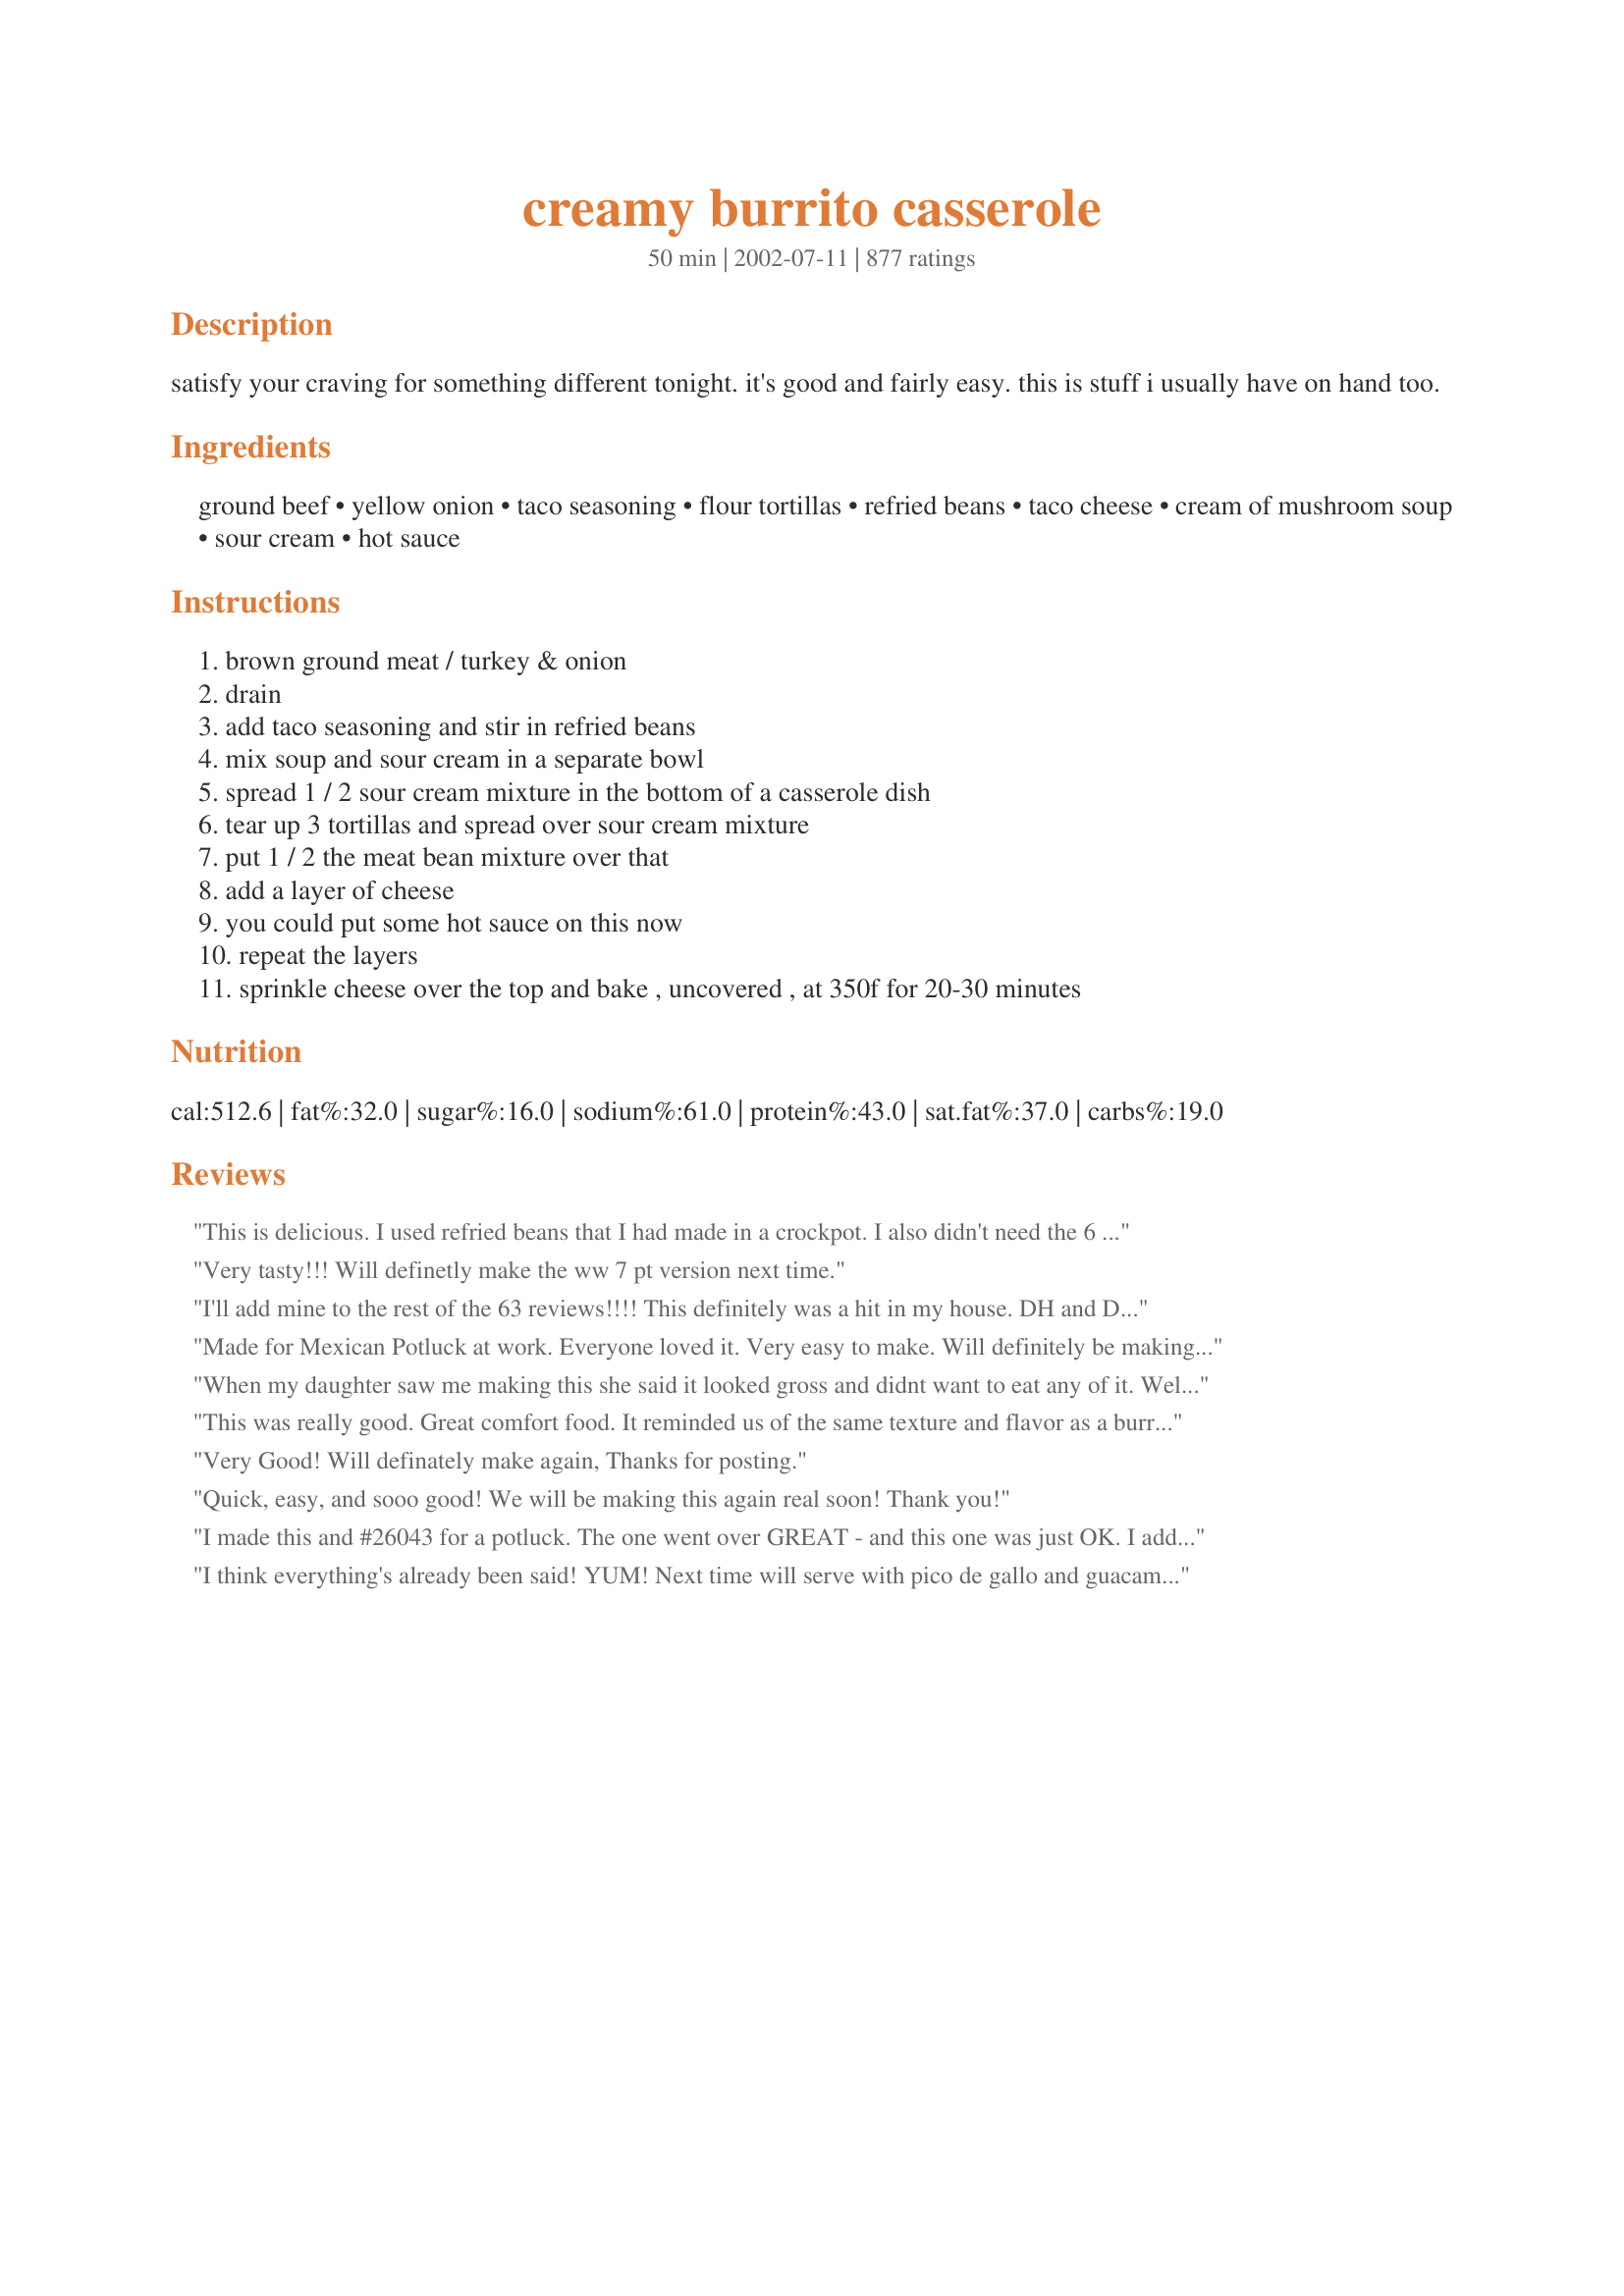
creamy burrito casserole
Preparation time: 50 minutes

satisfy your craving for something different tonight. it's good and fairly easy. this is stuff i usually have on hand too.

Ingredients:
ground beef, yellow onion, taco seasoning, flour tortillas, refried beans, taco cheese, cream of mushroom soup, sour cream, hot sauce

Steps:
brown ground meat / turkey & onion, drain, add taco seasoning and stir in refried beans, mix soup and sour cream in a separate bowl, spread 1 / 2 sour cream mixture in the bottom of a casserole dish, tear up 3 tortillas and spread over sour cream mixture, put 1 / 2 the meat bean mixture over that, add a layer of cheese, you could put some hot sauce on this now, repeat the layers, sprinkle cheese over the top and bake , uncovered , at 350f for 20-30 minutes

Reviews:
This is delicious. I used refried beans that I had made in a crockpot. I also didn't need the 6 tortillas, and I used cream of chicken soup and more sour cream. Thanks for a great recipe.
Very tasty!!! Will definetly make the ww 7 pt version next time.
I'll add mine to the rest of the 63 reviews!!!! This definitely was a hit in my house. DH and DSD both said it was very good. I used ground beef and added 1 can of diced tomatoes w/jalapenos, colby cheese and added olives on top. It still could have been spicier for our tastes, though. I served with salsa, tabasco, diced tomatoes, chopped onions and sour cream. Just had a small serving left for my lunch today!
Made for Mexican Potluck at work. Everyone loved it. Very easy to make. Will definitely be making again
When my daughter saw me making this she said it looked gross and didnt want to eat any of it. Well...... she took one bite and ended up eating 3 helpings!!!! This is a really good casserole. I like how it can be so versatile. TXHomemaker thanks for a great addition to my line up!!
This was really good. Great comfort food. It reminded us of the same texture and flavor as a burrito supreme from Taco Bell. I used fresh ground turkey and I added cilantro,and salsa. Next time I will add some sliced jalapenos or diced green chilies. This will become a regular in our household.
Very Good! Will definately make again, Thanks for posting.
Quick, easy, and sooo good! We will be making this again real soon! Thank you!
I made this and #26043 for a potluck. The one went over GREAT - and this one was just OK. I added the Rotell Tomatoes and the texture and flavor was good and all... but it's not a repeat for me. I'd rather just make enchiladas than bother doing all the layering, etc. Although it IS a great recipe for things commonly on hand, I wouldn't make this for a special occasion. 5 Stars are reserved for the "MAKE ME LOOK AMAZING" dishes. :)
I think everything's already been said! YUM! Next time will serve with pico de gallo and guacamole.
This recipe was very good! It was fast and easy to make. I did not mix the beans with the meat, instead I layered it. I seasoned the meat with half a jar of salsa, cumin, a little more taco seasoning, a little salt and pepper. It came out great!! Thanks for the great recipe.
Very tasty and filling! I made it with ground turkey and all light ingredients and added 1 can green chiles. It came out so good and creamy. Thanks for the great recipe!
Made this to take to a church potluck. It was GREAT!! I used leftover cubed chicken, instead of beef. I added a can of Rotel to the meat, bean mixture, and I used Cream of Chicken soup instead of Cream of Mushroom. I will definitely be making this again!!
I made this for a potluck at work. It was WONDERFUL. I e-mailed it to both of my daughters because I know they will love it as well.
HIts the spot. I was looking for something to use up some cooked ground turkey meat and refried beans. This was just satisfying and yummy and simple enough for my daughter to prepare and have ready for a weeknight meal.
I wanted to try something new and found this recipe and decided to give it a try. And glad I did, my husband and I really liked it. I was surprised it was so good cause I'm not crazy about burritoes. But this is different. And my husband was like "wow" this is good. Well needless to say, he's gone all week on the road, and he took all but 2 small pieces. So I'm sure I'll be making it again real soon.
This was so easy and yummy. I used nacho cheese soup instead of the cream of mushroom since we don't care for them. the hot sauce was a great kick.
Great, easy, weeknight recipe! Kids and DH gobbled it up! So easy to customize with what you like or have on hand> Thanks for posting!
Loved this! I added a can of green chiles to the sauce, and a can of rotel to the rice/beans mixture. I like lots of veggie chunks. so I also added layers of mushrooms, onions, and jalape&ntilde;os. SO good, definitely going into regular rotation!
Hubby & I loved this. I added a can of Rotel and Kraft 2% shredded Mexican cheese blend. Also used 98% ff cream soup and reduced fat sour cream. Thanks.-Kris
This was very yummy! My very picky 17y.o. Even liked it. I used homemade taco seasoning. I don't think I would've liked it as much with the package stuff. Fresh green onions, tomatoes and of course jalepenos made it great!
This was fantastic! I read all the reviews and the main complaints were that it lacked a little flavor, was too salty and a little dry. After reading what everyone did to tweak the meal I was able to bring in some of their ideas into my dish and it turned out great. First Campbells does make a Cream of Chicken with Mushroom soup. A lot of people were substituting the mushroom soup for the chicken soup so I decided to use the soup that had both in it. Then to cut back on the salt I used low sodium taco seasoning. To fix how dry it was and the lack of seasoning I was going to use a can of Rotel tomatoes with chilis but didn't have any on hand. What I did have on hand however was a can of red enchilada sauce, medium heat, so I added that to the bean/meat mixture. I also grilled the tortillas right on the oven rack for about 6-8 minutes to crisp them up before I layered them in the dish. Had some sliced black olives and sour cream on the side. This turned out PERFECT. Even my very very picky 3 year old had seconds (I have a hard time even getting her to eat the first plate). This went into our regular meal rotation and I will make this again very soon.
Absolutely awful. Sounded so good. Tasted so bad. Very Blah. Needs lots of help. Will never make again.
This is really great. I used and like much better, using Golden Mushroom Soup. I cut back a bit on the beans, use lots of olives, a variety of cheeses and often use shredded chicken.
This casserole was really good. I did add some salsa to the ground beef otherwise I thought it would have been too dry. I only used 5 tortillas and just half the package of taco seasoning. I always find the taco seasoning a bit overpowering so it is just personal preference. Thanks I will make this again.
Great Recipe!!I did not change nothing. However I did not add any hot sauce but think next time I will. So many different things to add to it. I can not wait to make it over and over!!! Thank You!! Hugs
This was easy and really tasty. It was filling too, so a whole pan fed me and the honey for two nights--very important on a budget! Very interesting--I love Americanized Mexican food, and this was a great one.
Awesome! I used ground turkey, which worked really well. I put a serano pepper in with the meat to spice it up a bit, and, thanks to some other reviewers, also added a can of tomatoes with chilis. Excellent!
Very Tasty. I used just over 1 lb of ground beef this time, but I think next time I might use a little more meat. I might also try ground elk in this recipe as a way to use it up. Before I went to the store I didn't notice that I was supposed to use a package mix of taco seasoning and I didn't know how much seasoning that was when I started the recipe so I sprinkled in Paul Prudhomme's fajita magic until the meat started to taste moderately spicy and then mixed in another teaspoon after I added the beans. I only had 2 cups of 4 cheese Mexican blend so I also added a cup of mozarella on top. I also used creamy ranchero tomato soup in place of the cream of mushroom. Between the soup and spice we didn't even bother to open up the hot sauce because this dish already had so much flavor. Thanks a bunch. -- posted Jan 13, 2006
The 2nd time I made this I used lower fat beef and it turned out a little dryer, so I'll go back to the higher fat since you drain it off anyway. I used whole wheat tortillas and they worked just great, and used taco cheese which was good, but I think I liked the mozarella a bit better.
Added some green chiles to the sour cream mix and chopped red pepper to the meat. Creamy and comforting - will definitely make again!
I didn't know what size of pan to use so I used a 13x9 and it came out fairly well.
To me it was very rich but the family loved it. I served it with plain rice and tomatoes.
Good meal. Made this meal several times. One time I didn't have any flour tortillas so I used tortillas chips
This was yummy and very easy to put together. The only thing I changed was instead of the CoM, I used cream of chicken. My only complain is texture; next time I prepare this I'll add some corn chips or something of that fashion as a layer to improve the texture. Other than that, great recipe, and I'll definitely make it again!
This truly was one great meal!!!! I followed the recipe exactly, using Taco Seasoning Mix#25449 and Refried Beans#10614. I doubled the taco recipe. It was a big hit in this house. Thanks Nancy
Wow! My husband made this for dinner while I was at work. I even got home a little late and it was cooled off on the stove and I ate 2 helpings! He did tell me he had trouble with the meat and the taco seasonings but I told him that it probably needed the 3/4 cup of water that normally goes with it. Easy enough for the man to do it and yummy enough for me to make with our Superbowl party. THANKS!!!
This is a delicious casserole and a flash to put together. I used ground turkey and, like other reviewers, added a can of Rotel tomatoes and green chilis. A great weeknight meal when time is short.
I'm not sure what I was expecting when I made this, just something simple and new for dinner but when we ate it we were all very pleseantly surprised. It was very very good, my son enjoyed it more than the rest of us and will be more than happy to pull up to the dinner table next time I make it.
Dynamite! My office is having a casserole cooking contest this Tuesday. I think I know whose going to win. I took the low fat and low sodium Items and added the green chilies & olives, but went 1 step further and added some diced jalapenos, and about a 1/4 tsp cayanne pepper on one layer. Next time I may use 1 layer of tortillas but also use 1 layer of tortilla chips just for a change in texture. Great dish!
This recipe definitely needs the Rotel tomatoes or it's just a creamy taste. Nice recipe...but I prefer a real burrito. Thanks for sharing.
This recipe uses common ingredients that I had on hand and is relatively quick and easy. And most importantly, it's delicious!
Delicious! I forgot to add the second layer of tortillas and if that affected the taste I'd be amazed because I don't think this can be any better. Will make this over and over. Thanks for sharing the recipe.
The family is asking that I make it again. So yummy and easy!
Way too much sour cream for our tastes. And there was something else about it we couldn't quite put our fingers on. I don't know it was like every time you start a helping you're like I like this and then you're like maybe I don't. And yet you go back for another piece. I just don't think this hit the spot for US.
Great dinner dish!!! This was so easy - I may even make my boyfriend do this one next time! The only change I made was to substitute a can of rinsed black beans for the refried beans, just to suit our tastes. I didn't use any hot sauce, but I thought it was very flavorful and seasoned just right. I did think the soup/sour cream mixture as stated in the recipe wasn't quite enough, so next time I may add a little more sour cream to stretch that sauce out a bit. Great easy weeknight dinner - a definite repeat for us!
Wow!! This is one of the best casseroles I have had in awhile. I did substitute cream of chicken for the mushroom and added salsa to the meat and bean mixture. I will definately be making this again.
Great! I made this last week & it was loved by all. I used equal parts of cheese and Velveeta for the layers, which made it super rich and creamy. I really kind of prefer Velveeta to "sweaty cheddar" in these kinds of recipes. I botched the order of the last layers, and so had to improvise a topping from an extra can of beans - but it was still delicious and gobbled up by everyone. Thanks!
Yummy! Just made it for lunch for the family (home for a snow day). Only a tiny little bit left. Will be a repeat recipe for the future.
This was very tastey and filling.Thanks for shareing.
Very good! My family loved it! We added salsa on top. Yummy!
I usually cut ingredients in half when a recipe yields more than 6 servings. But for some reason, I busted out my biggest baking dish and I am so glad I did it! This casserole is darn delicious! Super easy to prepare as well! Definitely a keeper!
Very good and very filling! My husband really liked it. I used cream of chicken because hubby cannot stand mushrooms. We served it over lettuce with tomatos, green onions, salsa and sour cream.
Everybody in the house loved this! It was very easy to prepare.
didn't change a thing. very good, everyone loved it. will be making again
We loved this recipe!!! One of the best... Fast and Great!!!!
Very, very good! I could (and did) eat a whole lot of this! I also added a can of tomatoes to the meat, like so many of the reviewers were saying they did as well. I think I may try it again with some corn mixed in as well. Thanks for sharing the great recipe :)
I haven't made this yet, sounds great, but for those of you who are in south TX, I recommend you go to HEB and get their cream of jalapeno or cream of poblano soup. I have some squirreled away and am going to use that!
Amazing! I never debut a new recipe before trying it out, but how could one go wrong w/ these ingredients!? Amazing! 20-30 people LOVED it! Super, super easy! Have salsa or picante on hand! Oh, I used half black beans and half fat free refried to make it a little healthier and it was still so flavorful and yummy!
My teenage son had thirds! My family loved it. A keeper and pretty easy to make.
My husband and daughter loved this, though I found it a bit too salty for my taste, so next time - a low sodium soup for sure, and maybe some chopped tomato and shredded lettuce to top mine. Otherwise, it was easy to put together and I'm sure I'll be asked to make it again.
Thanks!
Good dish......we didn't LOVE it though and I am not sure why....It was a little dry.......Maybe we weren't in the mood. We will have to try again!!
I've made this many times. It's super easy and a hit with my boys.
I made this to share at work today for Cinco de Mayo and it was a huge hit. I followed suggestions of other reviewers and added 1/2 cup water to the meat mixture and used the Fiesta Cheese soup. Instead of hot sauce I used 1/2 jar of Pace Picante. I served it with shredded lettuce and diced tomatoes on top. I will definitely make this again.
Fantastic! We also added a can of corn and a can of RoTel tomatoes (thanks to other reviewers' suggestions) and truly enjoyed it. We're pretending that it's a low-fat recipe and will make it again for sure. :)
This casserole was wonderful! I was looking for something different and this was definately it. It fed a family of 5 and the neighbor girl. Awesome. She liked it so much that i had to give her mom the recipe because they wanted to see why she liked it so much. Thank you TXHomemaker for the great recipe!
Made this for the first time tonight...and it was GREAT!!!! I did add a few things other suggested to spice it up. I also made it with buffalo meat and black beans vs refried. Big fan of easy dishes that take only minutes to put together and make great leftovers. Thanks for sharing~
My daughter sent me this after she made it. I added a layer of chunky salsa to liven it up and give it a little more liquid, also used refried black beans. We thought it was really good and will be making it again!
What a great recipe, really creamy and delicious, thanks for posting!!!!
My kids hated it and I&#039;m only eating it because I hate throwing out food. Extremely salty, even though I used low sodium taco seasoning. Just terrible.
This was just okay for me. I used cream of chicken soup instead of mushroom, but we couldn't taste it anyway. I used refried beans instead of the beef & bean mixture on 1/3 of the casserole for the non-beef eaters in the house. This resulted in more beef mixture in the rest of the dish, which is maybe why the soup layer was not very noticeable to me.
This is the best casserole I have ever made. I also used a can of diced tomatoes with chilies. And topped off with a small amount of enchilada sauce before baking. This is going into my "forever" cookbook, which means the recipe will be made again and again. Thanks for a keeper!
I added a can of original Rotel tomatoes with green chiles to the meat mixture and extra sour cream for serving. It was even tastier the next day. Thanks for posting. PS It freezes well.
This is kid friendly. We like more heat so next time I will add something to spice it up. Husband liked it with a little hot sauce on top.
This is a great recipe! I made it with Morningstar crumbles because my step-daughter is vegetarian and black beans instead of refried beans. It was a hit! Even my husband and step-daughter's boyfriend who are meat lovers went back for 3 helpings. I am making it again tonight by request.
This was very easy to throw together but there was not much flavor. My husband did not like it - he said it just tasted like refried beans. I thought it was ok. If I make this again I will add a 4 oz can of chopped chilli peppers and some black olives. I wanted to try this recipe as is because my husband does not like spicey - but he did not like it.
I made this as written, for the most part. Instead of using cream of mushroom soup, I used Campbell's fiesta nacho soup (i don't like mushrooms),and instead of sour cream I used greek yogurt. I also used fat-free refried beans, ground turkey, Mission Carb Balance tortillas, and 2% milk cheese. I also used hot taco sauce as the recipe suggested for addition. With my subs, I calculated this recipe to be 7 WW pts/serving. This was a delicious recipe and fairly easy to make. We both enjoyed it and the leftovers are just as good. It is something different than typical tacos, it's creamy and spicy and cheesy and delicious. We will definitely make this again, and next time I think I'll try rotel or green chiles as some reviewers have suggested. Thanks so muhc for sharing!
Easy and delicious. I used cream of chicken soup like another reviewer recommended. I didn't have taco seasoning so I added several cloves of garlic to the meat/onion mixture then seasoned with paprika, cayenne, salt and ground coriander as well as a can of diced tomatoes (drained). Skipped the hot sauce because I was cooking for kids. Next time I might add olives and fresh cilantro.
This is so good!! I have made it several times. I add some Rotel to the sour cream mixture for a little kick/twist. It makes a lot and reheats well.
So glad we tried this! Everyone loved it! My son asked to eat it for breakfast!
This was quite good. I followed the recipe exactly and it made a LOT of food. My younger ones weren't crazy about the looks of it and refused to eat it, but my husband and older son like it a lot.
Delicious week day meal. The only changes like others were a can of Rotel tomatoes with chilies added to the drained meat (ground turkey) plus only used 4 large flour tortillas. College fershman daughter remarked it was like a 7 layer burrito in a casserole as she was going back for a second helping. Thanks for the recipe.
The best, easy and tasty, whole family loved it.
Easy, but this had a lot of flaws to it. I highly recommend using low sodium ingredients as much as you can, because I found this to be way too salty. Also, the instructions do not tell you what size casserole dish to make this in, so I made mine in a small round dish so the tortillas would fit perfectly. Well, you should actually use a larger dish (13 x 9 probably) to spread out the sauce better. Mine was swimming in sauce! I wish this had been written better to save me the wasted time of making this "soup"! All in all, it was pretty tasty, just could have been clearer. I definitely suggest using the hot sauce too; I used Taco Bell packets and they added flavor that I'm afraid would have otherwise been lacking. Thanks for sharing.
Wish I could give this a 3.5. I give it a 'like it' 3 stars, DH would give it a 4, considering he ate 70% of the pan himself. It's really good, just a little overwhelming for me on the taco seasoning. It's kind of all you taste. I loved the creamy aspect. I used the healthy choice/lo sodium soup and so glad I did b/c it was plenty salty. I used FF refried beans, turkey, ww tortillas, and FF sour cream- worked great. Also, I assembled the casserole in the morning, and baked when we got home from work- that worked out fine too. We'll definitely make this again.
This recipe is amazingly easy to make and so GOOD! I did however make a few edits to this recipe that someone else may want to try. Instead of Cream of Mushroom (which IMHO doesn't mesh well with the other ingredients) I used Cream of Onion soup. I also nixed the refried beans because I'm not a fan (nor is the hubby). I also used salsa instead of the hot sauce. I also added some salsa and sour cream to the topping when served. This is an amazing casserole that I know will be served often!
Yum Yummm! We used some left-over burgers, and corn tortillas instead of flour. It is so good. And can be used as a dip too. We did the next day after having a little bit left, just reheated in the microwave and added some more sour cream....finger lickin good!!!
My husband and I loved this recipe. It was delicious ! We served with salsa. Thank you for the recipe.
thank so much for this recipe, It is so easy and tastes just like a burrito. Will be making this often!!
I followed exactly what its said in the recipe. Everybody in the house loved it and I'm making this again this weekend. Thank you for another delicious recipe.
This was a little too rich for the family; I added green peppers to the onions and hamburger as it was browning... make sure you drain all the fat off of the meat mixture... I shutter to think if someone did not, as it is so rich. I made it in a 7 x 11 glass pan and it was a perfect size for it. Also, instead of refried beans, I used left-over pinto beans which were drained... a great recipe, but very rich. Served it with lettuce, chopped tomato, and fresh, raw veggies... it was good tasting.
Family was very pleased with this casserole. Very easy to make. Also, if you omit the tortillas..it makes an awesome bean and cheese dip. Easy to put together.
This is by far one of the best casseroles I've ever made. It was a full meal and delicious!! I ate it for lunch and dinner again the next day ;)
I prepared this recipe as directed, and it turned out great! It was a hit with the whole family, including my two teenage daughters who are fairly particular eaters. I baked the casserole in a 9x13 pan and used low fat soup and sour cream. Makes great leftovers!
Used Campbell's Southwest Pepper Jack soup and it really made a huge difference! Loved this and will make it again!
Definitely 5 stars! This casserole was a real winner in our house and it was so easy to prepare. The only change I made to the recipe was to use a medium salsa in place of the jarred hot sauce, since we don't all like spicy! I used a blend of Monterey Jack and old cheddar cheese. This will definitely be a regular on our menu! Thanks for posting.
Made exactly as directed except added a cup of chunky salsa to the meat/bean/onion/taco seasoning mixture. Smells so good !
We loved the addition of the 'creamy' layer. I ended up using about 
1 1/4 pounds hamburger meat. For the creamy layer I used 1/2 can of cream of mushroom and 1 can of Campbells new Chicken Verde soup and mixed the two kinds of soup with the sour cream. The chicken verde soup has a mexican taste and was wonderful with this casserole. Five stars from my 14 yr. old and husband also.
Really Easy and Delicious!!!
Great recipe. It's definately a keeper, thanks!
update:
This dish has made it onto my rotation and it's so great. but i've made some minor changes. I brown the beef with a small amount of taco seasoning and other spices like cayanne pepper, cumin, oregano, etc. I also chop a whole small red onion, 2-3 minced garlic cloves, half of a chopped green bell pepper, half of a chopped red bell pepper. After the meat is browned I add a can of Rotel romatoes like other reviewers had suggested. I also add a can of refriend beans, a can of WHOLE beans (either great northern or black beans) and finally a small can of corn. I subsitute sour cream for one cup of plain yogurt with a tbsp of cornstarch. I layer as directed and when it comes to putting in hot sauce i use a can of Las Palmas Green Enchilada sauce (half the can per layer.) I use a 9 x 13 baking dish and everyone LOVES this recipe...they cant get over how grear this casserole is.
Wow! We loved it! This was so easy to make and a nice alternative to the everyday burritos. I always have these ingredients in my kitchen, so I can whip this up anytime! I used nacho cheese soup in place of the Cream of Mushroom. It turned out great. I Highly recommends this dish!
We loved this! I'm sure we'll be making it quite often. I like the idea of using one of the new cream Mexican soups from Campbell's posted in a previous review. I would recommend using a pound and a half of ground beef. Thanks for posting this quick, easy, and delicious recipe!
This casserole is great! It was easy to put together and used ingredients we had in the house.
All four of us had second helpings, with leftovers for lunch.
I did use low-fat versions of the refried beans, shredded cheese, soup, and sour cream to cut down on the fat, and next time I make it I will probably add a green pepper (chopped).
Thanks for this recipe. It is definitely a keeper.
I was having a dinner guest last night. I wanted to make something new, so I chose this recipe. It was so yummy! I used nacho cheese soup instead of cream of mushroom. I added a can of petite diced tomatoes to the meat mixture and 4 shakes of hot sauce. We added black olives to the top. My daughter who is 10, is learning to cook, and she assembled this dish for me, and thought it was quite fun. We served it with a side salad and Mexican rice. Thanks for a great recipe!
I used leftover pot roast that I shredded and simmered with the taco sauce, water and rotel, then I added the refried beans. I then layered using cream of chicken soup instead of mushroom with the sour cream. I layered it all in a crockpot. Topped with the cheese adn cooked for 1 hour on high, and 3 hours on low. Came out perfectly! Thanks so much. I usually make a similar chicken tortilla dish, but this was a nice way to use the leftover beef!!!
With so many high, high ratings, this recipe really doesn't need another review. However, I wasn't real blown away by it. I did increase the meat (per a couple of the other reviewers). Maybe I should have stuck with just the one pound. I also wasn't sure on what size of a can of refried beans to use (I'm surprised the recipe wasn't more specific). I used two of the 15 oz. cans. I don't think one can would have been enough. I noticed some of the reviewers also added a can of the Rotel Tomatoes -- that might be a real good idea. I used 6 of the 10" tortillas -- next time I might try one size smaller. My casserole dish just seemed a little on the "dry" side. Has anyone else had this happen?
Very good. Thought it would be dry but it wasn&#039;t. I have fixed this 2 times, the first time with pepperjack
VERY YUMMIE! My whole family enjoyed it! The recipe is a keeper! Thanks for sharing it with all of us =]
This is a great recipe! I am only giving it 4/5 because I made some changes that definitely gave it more flavor and made it more interesting. As many other reviews suggested, I added a can of diced tomatoes and chilies...this is definitely a must for flavor! I also added 3/4 of a can of MexiCorn and a whole can of drained black beans. This made the recipe more complete and everyone loved it!!
Both my son and myself did not care for this dish, (and we&#039;re the ones that love anything Mexican inspired), but husband liked it. Did not like the soggy tortilla shells and to me it lacked flavor. Will not be a repeat dish here.
AMAZING!! I would give this more than 5 stars if I could! We were all pleasantly suprised and my VERY picky kids even ate this! I made my daughters leave the kitchen when I added the mushroom soup so they would not see it going in! They did not know a thing! LOL! Again, this was amazing and thank you so much for posting such a great and easy recipe!
This was awesome! I used the low-fat / fat-free versions of the tortillas, cheese, soup,
and sour cream when possible and added a can of diced tomatoes with jalepenos to the
ground beef mixture. When topped with a little salsa at serving, it was definitely spicy
enough...even for me! Next time, I might cut down the number of tortillas from 6 to 4 to
further cut calories. My fiance loved it and has been asking me to make it again!
One of our favorite recipes!! I use salsa instead of the soup and wow, I end up making this about once a week!
This was good. I will add more beef next time along with some rotel for a little more kick. This was easy to make with simple ingredients. I will make this again. Thanks for posting.
I'm not a cook by any means, and I made this. It turned out great. I recommend adding lots of your favorite salsa to it though, or maybe taco sauce. I will be making this again, and I'm sure I won't be worrying about leftovers.
wow - at first i thought, "this is too easy to be so good" but due to all the reviews i made it. my family loved it and wants it again TOMORROW. i did not have an onion so i did without - served it topped with sour cream, salsa and chopped tomatoes. i thought it might be dry when i put it in the oven but no, it was sooo creamy, plus i loved the texture of the tortillas - so delicious. i already printed this and added it to my cookbook! thanks!
WOW! Made this for dinner 1st time and everyone loved it. Super easy and tastes great! thanks for the recipes its a keeper.
Excellent! A definate kid pleaser (I have three ages 2,6, and 9). Quick and easy for one of those busy nights! Thanks
My 4 year old son LOVES this recipe and asks for it frequently! I love it as well, very easy to make and leftovers taste wonderful. I do use cream of chicken soup instead and add some green chiles to the refried beans. Thanks for the great recipe!
Love this! Used ground chicken, added sirracha sauce to the sour cream and cream of chicken soup mixture and added a layer of sliced black olives in the middle. Whole family LOVED it. Cooked at 350 for 20 minutes then at 400 for 10 minutes to brown the top. Let it cool for 10 minutes before serving to allow it to set. Yum!
Very tasty casserole. Next time I'll try it with Campbell's Cheddar Soup. Used the Rotel Tomatoes. YUM!
We loved it! Everyone ate it, and it was super easy to throw together. I used the cheese I had (cheddar) but I believe I will definitely use taco cheese. It will give it that oomph that will complete this. Will definitely make again.
Delicious!!
Made exactly as directed. Huge hit with the kids and plenty of leftovers. Recipe says 8-10 servings and that is pretty much spot on for me and two 10 year olds.
Mmmmmm.... what else can i say! My husband loved this so much, he had second and third helpings! He had no time to speak during supper and when he finally finished, he just sat for a moment releshing in the experience! 
I changed only a few things....
I used ground turkey, and refried beans with jalapenos. I added 3/4 can tomato sauce to the bean mixture and about 1/2 of a cup more sour cream in with the soup. Over the second meat layer, i sprinkled on some sliced green olives, nacho style jalapeno peppers, authentic mexican hot sauce(just a drizzle), and even more cheese! We love it hot and cheesey, oooh yeah! 
Now let me be completely honest, my husband and i both grew up eating authentic mexican and it is not very easy to impress us or our families. While i have never been worried about anyone ever topping my famous mexican enchiladas and sauce recipe(that i will submit within the next couple of days), i have said adios to my burritos because TXHomemaker, you had them all along!
Yup, this is a good one! Thank you!
Another hit with my family and disappeared fast! Comments I got were to maybe switch it up and next time try adding a topping of fresh tomatoes, lettuce, and cheddar after it's cooked and instead of the flour tortillas, use broken taco shells for more of a taco version. Definitely will make again, will probably have to make two when we are all home.
OMG this is good!!! I&#039;ve made it twice. The first time as the recipe says; second time was with shredded pork that I had on hand. Both times all 4 of my kids (oldest is 5) gobbled it up....cleaned their plates! This is definitely a family favorite!
Awesome dish. Easy to make, great to eat. I highly recommend this dish, it's delish!
I made this for my partner and he really liked it! I halved the recipe because it made a lot the first time around. Somehow I'm going to try and veganise it for myself. Thanks for the great recipe!
This is no April Fools Day joke, this was soooooo good!! This is my first recipe review and I am so glad that I found this website! I used a new Salsa called Muir Glen Organic Medium Garlic & Cilantro Salsa that I found at the store and it added a wonderful flavor to it. I can't wait to make this again. It was so easy to make. Thank you for sharing!
nice recipe but a little to bland for my tastes. Used the hot taco seasoning and added a 4 oz can of chopped green chiles (hot)
My family loves this and it&#039;s so easy to make.
I love this recipe! I prepare it almost exactly as posted, just omit the onions (don't like them). I also add one layer of salsa. Everyone I've made it for or shared the recipe with has loved it, too!
I made this dish for family when visiting & they loved it. 5 adults nearly cleared the entire casserole! It has a great flavor & I would definitely recommend using black olives somewhere in the dish! It is surprisingly filling and doesn't leave you feeling heavy after eating. This is a recipe that will be repeated over & over!
I really liked this recipe b/c of the convenience of it. I always have these ingredients in my pantry and its quick , so perfect for the kids sports nights and time is tight....thank you for a good fast meal.....Stephanie
As if this recipe needs another review...lol. My family LOVES this recipe, and that's saying tons since one member is a super-picky 3 yr. old. I also use reduced/no fat versions of the soup, cheese, and beans, and this recipe turns out perfectly every single time.
This was a good family recipe! I followed the recipe exactly. Served it with arroz verde and a salad. Thanks TX!
This was fun to put together! I used 1.25 pounds of ground beef and added picante sauce for heat. Next time I'll add black sliced olives and maybe a bit of cilantro. Really enjoyed this recipe and will definately make it again!! Thanks for posting!
I made this for the first time. My mom gave me the recipe and it was very delicious it came out just right i plan on making it more often. Soooo yummy. Thanks for making this recipe tasty. :)
I made this last night for a family potluck. It was absolutely delicious! We were all pleasantly surprised by how well this turned out and everyone kept asking me for the recipe. Thanks!
Creamy Burrito Casserole? This was the driest casserole ever. I followed the recipe to a T, but should have added a liquid to the taco seasoning. The recipe should have mentioned that. Too bad I didn't read more of the ratings.
This was an instant hit with my husband!!! He told me to keep this in regular rotation and was quick and easy to make on a busy weeknight. In fact so simple I think HE will be making it next time. I think though I will sub a lighter/lower sodium soup/cheese/sour cream/and taco seasoning just to make it slightly healthier. Because it's so full of flavour, I don't think reducing fat and sodium here and there will affect the end result.
This was really good. I only had three 10" tortillas so I split them up and added about a handful of Fritos that were left. I also served it with lettuce and guacamole. Yummy.
WOW!! What a great recipe and so easy to make! It works so well with diced tomatoes!! Thanks!
This recipe was awesome! I did change it up a little to suit my taste. I traded out the mushroom soup for cream of chicken, added 1 can of Mexicorn to the sourcream/soup mixture, cooked bell peppers in with the onions and meat, and added 1 can of Rotel before topping with cheese. I only had a 9x13 casserole dish so I only made one layer of everything. I also left my tortillas whole and lined the bottom of the baking dish with them first then followed with the other layers. My boyfriend and I loved this dish! Will definitely make it again!
So easy to make and tastes great!
This was great, used ground turkey, red bell pepper and substituted fiesta nacho cheese soup and fat free refried beans. Yum Yum!
Very nice and filling. Bothmy DH and son liked it. Next time I think I would only use half the mushroom soup though.
A winner! Will definitely be adding to our regular rotation. I used Quorn vegetarian ground "beef" and added a tin of black beans. Hubby was begging for more. I'll have to hide the extra so we have enough for another meal!
Delicious and easy, we make the casserole and roll it into the tortilla wraps. My family requests this every few weeks!
I followed the recipe to a "t" and it was so good. I will make it again soon.
Mike absolutely LOVED this! I would recommend using less refried beans. I only had 4 tortillas and it still worked great! This recipe is a major keeper, took no time. Oh i also used a full onion. Absolutely delicious.
this was kind of weird. i like all of these ingredients individually but together they just turned to mush. it didn't taste bad, but it was more of a dip to eat with tortilla chips than any sort of casserole. it was really salty too, and i even used the low sodium taco seasoning and the healthy choice mushroom soup. but who am i to complain too much, i still had two helpings! :)
This was so Awesome that my husband and my son fought over the leftovers. I put a can of Rotel in with the meat mixture and left out the hot sauce. Everyone told me that this was one to definately make again. Thank you for posting such a good recipe.
Mmmm-delicious!This was so easy to throw together,it virtually made itself!!It was so good that the next day we were all fighting over who got the leftovers!Guess we'll be keeping this one!!
This is really good. I left out the hot sauce and may add it next time to give it a little more pep. I also think I put too much cheese on it...a little more than the recipe and I probably shouldn't have. It is cheesy enough! But I'll make it again, it's really quick.
Great recipe for a mexican themed dinner. My kiddos loved it. I added a can of rotel tomatoes to the meat mixture. And I didn't find this too salty for our taste as other reviewers have said.
This was great. I followed a couple suggestions from the reviews and added a can of Ro-Tel tomatoes and some chopped green bell peppers. I topped it with sour cream and avocados. I served it with Mexican Rice and a green salad using salsa ranch dressing. It was the perfect meal!! Everyone at the table loved it including my 3 y.o. son!
This was sooooo good! We loved it, and it was great leftover! I did add a can of dices tomatoes to the meat mixture and next time I would probably cut down to half a packet of taco seasoning though!
LOVED IT! My family devoured this dish, all the flavor of burritos, a lot less work for me! My DH asked it to go in the roation. Thanks!
I love this casserole. It is so good. I've made it a couple of times. I used a 9x13 pan. I added sliced black olives. Also added a can of chopped green chiles. Thanks for the recipe!!
This was pretty good. I used cream of chicken instead because I can't stand mushroom.
Yum! I had to sneak some groceries from my parents to make this, but it was well worth it! The only change I made was to use cream of chicken soup instead of cream of mushroom. I just thought it sounded better. Next time I might add more tortillas and top it with green onions, tomatoes, black olives and guacamole. Thanks for the recipe! I will definitely be making this again.
this was easy to put together and was DELICIOUS!
So yummy! The only changes I made were adding a can of rotel tomatoes per other reviewers, and subbed crunched tortilla chips for one layer to add texture. Great change up to taco night!
Very good - and very rich. I used a 9x13 pan and the layers worked out a little diferently. I had the soup/cream sauce on the bottom, then 3 torn up tortillas, then the meat/bean mixture then 3 more tortillas and topped with 2 cups of cheese.<br/><br/>I'd suggest to bake covered - the cheese on mine got hard. I also might add some black beans to it. Very good and very easy.<br/><br/>Note: I used the 98% fat free soup, light sour cream and fat free refried beans. All worked very well.
This was so yummy and easy! The cream of mushroom soup just didn't seem to "go" with it, so we used Campbell's pepperjack cheese soup, as someone suggested, and I think it was a good idea. Also used a can of chipotle tomatoes to get some veggie in. Served with a box of Mexican rice (we like La Preferida from the box, not the can). The leftovers were even delicious the next day!
I really liked it. Mine somehow needed more of the sour cream/soup mix, it wasn't creamy enough. I halved the recipe... But still tasted great and looked really good too. :)
These are good, but I&#039;ve seen better at padd.me
I love Mexican food and this dish was stellar! I added a little Rotel Pico de Gallo salsa (some hot, more medium), was short on the cheese but used my stock of Cheddar and Jack, and mixed the sour cream with low fat, low sodium soup. I even built the first burrito layer out of order and it still came out great!!! BTW, leftovers are just as good as the first serving. Can't say enough about the wonderful flavor. Thanks so much!
Great recipe. We ate the leftovers tonite. Next time, I will freeze half and serve the other half. Just 2 of us and this makes a huge casserole full. I used ground turkey and all else was fat free or low fat so it was a little healthier. It's real tasty. I added a little salsa to those layers and I might add canned enchilada sauce next time. Thanks for this keeper.
This is a great recipe! I used the reduced salt taco seasoning & hot salsa instead of hot sauce.
Excellent recipe! Only changes used 1 1/2 lb hamburger & added 1 can rotel with juice into hamb, onion & refied beans. I then used a can of chedder cheese soup with 8oz fatfree sour cream and put in 9/13 pan using only about 4 fajita size tortillas. After baked served with salad greens on top with additional salsa & sour cream and side of tortilla chips. If possible, it was even better reheated. This can easily be made lower fat with turkey, fat free sour cream and beans. Oh, forgot to say, only had 2 cups of shred cheese and that was plenty. Thanks for the recipe, we couldn't eat it fast enough lol.
This dish was absolutely delicious! I made it last night and I am having left overs tonight. This one is definately a keeper. I am actually going to send a copy to my sister now (who really doesn't like to cook that much, this one will be easy for her!). Thanks for sharing!!!
Loved this recipe. It was very easy and tasty as listed. I threw in a layer of salsa in the middle which worked. You could definitely tweak this to your own taste. Adding fresh tomatoes, black olives, etc would only add to the flavor. I'll have to be careful...I made this for two on Friday, and finished it all by Saturday afternoon. It'll cost me a couple hours in the gym this week...but worth it.
This was really really good! My fiance and 4 yr old loved it as well and went for seconds. My fiance even took the leftovers to work....which is rare he has something two nights in a row. I was really worried about adding the cream of mushroom soup (because I don't like mushrooms) but it was really good!!! If I could give you 10 stars I would! :-) Thank you so much for posting.
Very unique and tasty. It was declared a "keeper" by my husband, 12-year-old son and 8-year-old daughter. My 5-year-old daughter didn't like it, but she's p-i-c-k-y!! It was very easy to assemble, and a great new way to use ground beef. I will definitely make it again.
I have been meaning to try this one and finally got around to it. I'm so glad that I did. It really is that good. I've tried recipes that have gotten rave reviews before and didn't like them myself. But this one truly deserves those five stars. I only used 4 tortillas and my own homemade salsa. I did put extra sour cream and lettuce on top. I can't wait to make it again when I have tomatoes or avacado to go on top too. I will definitely be making this one over and over again.
So this is the second review I&#039;ve EVER done on a recipe. Every time &lt;br/&gt;I would Google &quot;Burrito Recipes&quot; this would come up...to be honest...the ingredients sounded off...cream of mushroom soup in a burrito dish??? Ewww....Anyways, finally...after all the positive reviews...gave this recipe a try...used ground turkey and followed the recipe exactly....Hubby and 3 boys LOVED it !! I DID add the taco sauce that says &quot;if desired&quot;. It really was good!
Absolutely delicious!&lt;br/&gt;&lt;br/&gt;For the refried beans, I substituted black beans (drained /rinsed,mashed them up and added some cumin, garlic powder and chili powder). I too added some water to the meat mixture and Rotel. Garnish with black olives and chopped green onions. Excellent recipe!
This was pretty good. We found it was a little too salty for our tastes. We may try again with the Healthy Choice Cream of Mushroom or homemade cream of mushroom. Thanks for posting!
This is a great recipe. I would have loved to have made it with hot sauce but i have a 4 year old who thinks just about everything is hot. It was a hit. will definately make it again
This turned out very, very yummy. Like several others pointed out I added a large can of green chilies and a half cup of frozen corn. It also made fantastic leftovers!
This is so easy. I can make it up ahead of time and just pop it in the oven later in the day. And the ingredients are something I always have. Only change is I use 3 tortillas.
Made this for dinner and it was great didnt have any shreaded cheese so I sliced some sharp cheader and pepper jack cheese The whole family loved this.
I'm typing this as I'm eating but I didn't want to forget, so I'm writing it now. My husbands exact words after his first bite, &quot;Oh my god, Ashley, this is fantastic! I'm actually hoping the kids don't like theirs now&quot; *laughing*. I never make casseroles so it threw me off a bit that you put the sour cream mixture on the bottom. I had to reread it like 10 times to convince myself that yes, that is indeed what it said. I followed the recipe to the T except for one thing; I greased the dish because I know how cheese can be without it. We loved it and will be making again soon, and doubling up for leftover lunches.
My family thought this was really good. I switched the plain sour cream to the sour cream with chives and I think it made a great addition. I made my own taco meat and served the beans on the side. What a great way to use up extra taco meat!
This was great. The kids and hubby loved it. I used low-fat ingred. to cut down on the fat and it turned out great. Thanks!
I really really liked it! Made as directed. Where it says, &quot;you can add hot sauce here&quot;, I just dumped a bottle of pace picante sauce on it. &lt;br/&gt;&lt;br/&gt;Will definitely make again. Oh, and I topped mine with shredded lettuce.
This is so yummy. I made this 4 times already and it was great. I used black beans instead of refried beans and used 2 cans of nacho cheese sauce. We loved this recipe. Thanx for posting. Glen of Coolidge, Arizona
Really easy, quick dinner. We both enjoyed this very much. I used ground turkey breast and added a can of Cilantro flavored Rotel to the meat mixture. I also used low fat sour cream and soup, and it wasn't short of flavor. Definitely a keeper at our house.
This is very, very good! The sour cream mixture really gives it a great taste and we love how creamy it is. Thanks for sharing TXHomemaker!
This was Great..........It was sooooooooo quick. I just made a few additions. I added garlic and tapatia sauce to the ground beef and onion mixture. Then I added rotel in soup mixture. This is a great recipe....kudos from your fellow Texan
Good ummm! Added a can of green chilies and salsa.Easy to put together too. Thanks
This is very quick & easy to prepare and everyone LOVED it! I did use pepper jack instead of cream o mushroom and added a lot of hot sauce. This is a keeper! Thanks for sharing! =)
This was a hit at the Mexican themed Super Bowl party. I followed pretty closely except for adding about 1/2 lb. of chorizo to the ground beef when browning and I used 8 oz. of sour cream instead of just the four. As other people have said you can play around with adding/substituing and using lowfat substitutions. It's a great recipe and I will be making it again - EASY too!
All I can say is OMG, this was so very easy to put together!! Smelled awesome while it was in the oven. I ended up using 7 flour tortillas, I cut the tortillas in half and half again for the layers in between. After the finally meat layer I placed the additional layer of tortillas over the meat and finished off with the cheese on top. Served with an additional dollop of sour cream and hot sauce on top! OUTSTANDING RECIPE. Hubby does not like sour cream at all! His comment was "I really liked this you can definately make this again". Thank you for the awesome recipe you deserve a 10!!! Again many thanks, Weeezer.
Yummy!!!! This could also be a very good dip.
Made this for dinner tonight for my DH and 3 little kids. He loved it, kids were so-so about it. Perhaps too much spice for them.
We used medium enchillada sauce instead of hot sauce and will make this recipe again.
Very good. I was in a hurry and it only took 15 minutes to get this in the oven. Thank you for the recipe. P.S. Used Cream of Chicken.
My family really enjoyed this! Easy recipe that's very forgiving & easy to add stuff or substitute stuff as needed. I had a lot of sour cream to use so I added the lipton onion soup mix instead of the cream of mushroom that another reviewer suggested. It separated a bit but still tasted delish! I also added a can of petite diced tomatoes & corn to the meat. I used a little Pace verde salsa in between layers for added taste! I already texted a friend to send her the recipe!
This was great! The whole family loved it. We will be making this quite often, thank you!
Looks great might make that tomoz I've got sum beef chunks in the fridge has anyone got any mild curry mix ideas plz I've done chicken Currys for yrs but never used beef I've got all the spices but not sure what to use with beef thanx in advance ??
This was quick and easy. I wasn't sure if I really liked it or not, but with the second plate, I decided I did. My brother-in-law stopped by and he seemed to like it quite a bit. I do think it is a keeper.
Thanks.
Made this exactly as it was written and it was to die for. Had seconds the following night and was just as good. This will be a regular dish around here. Thanks for posting.
This was nice and easy to make. I added rotel tomatoes to the meat mixture for a spicier flavor. Next time I'll try making it with cream of chicken soup and black olives.
Made this exactly as directed. We were not really impressed in light of all the rave reviews it gets. I thought there was too much tortilla and the tortilla was a bit rubbery and hard to chew. DH said it was all right but wouldn't miss it if I never made it again. 2 stars for being easy and inexpensive to make.
This was very good...I will make this for one of our Family Sunday Winter dinner this winter as I think it would go over well.
This was pretty good! It was an easy, quick to prepare meal which was the main thing. Based on previous reviews, I made some changes to suit our tastes based on other reviews. For starters, I added half a jar of Black Bean & Corn Salsa (Paul Newman brand) and half a jar of regular Salsa to the meat mixture. Also, I used Cheddar Cheese Soup and a full 8oz container of Sour Cream, with a dash of Tobasco for the 'cream' mixture. It turned out nicely and had a good mix of flavors!
I made this and it was so good. I didn’t put the sour cream or soup in it since my husband doesn’t like it and it did not come out mushy.
My family LOVED this dish. We will be making this on a regular basis.
Easy and good, My sons gobbled it all up.
Substituted nacho cheese soup for the cream of mushroom soup and added salsa and a 1/4 cup of cotija cheese to the sour cream soup blend. Delicious! My extremely picky twins asked for seconds. Will make again for sure.
This turned out to be delicious! I'm not a fan of cooked tomatoes, and most recipes similar to this one have them as a main ingredient. It was nice to find a recipe that didn't include them at all! Next time I might put in some corn, or leave out the tortilla's and use the rest as a burrito filling. Thanks for the recipe!
A very good recipe, and so simple to make! I made a couple of changes to make it a bit lighter and more flavorful.

I added two jalapenos to the meat (I used ground turkey breast to save calories). After the meat was browned, I added diced tomatoes with chiles prior to adding taco seasoning. In the casserole, I used light cream cheese instead of the sour cream and soup mixture. I also added some cilantro for freshness, and used green salsa for flavor. I reduced the cheese to 1 cup. Very good, and will definitely make again, with my adjustments.
Nice mix of flavors and so simple to make. I added a can of chopped green chili's and some fresh corn "off" the cob to the burger mix. Also, I used cheddar cheese soup in place of cream of mushroom. It is a very creamy burrito casserole, loved the recipe. The leftovers are even better than original serving. I topped with diced tomatoes/lettuce/green onion and dab extra sour cream/salsa. Thanks for sharing, this will be my keeper box!
Loved it! I also used cream of chicken instead and while the meat was browning I tossed a jar of salsa into the mix and let it cook down. I also used a mixture of pepper jack, mozzerella and monterey, because I only had a little of each. It was saucier than I had anticipated, but worth it! I think this is one of my favorites!
The entire family loved it. Even my daughter who hates re-fried beans, couldn't tell they were in there because it was such a creamy dish (or maybe she was just hungry). Quick to make.
This casserole was a hit with the kids... I think I will be using it again... I did not add the hot sauce so my kids would eat it but is was delish!
WOW! I made this last week and we loved it!! This is definitely a keeper recipe. I doubled the ingredients except for the tortillas and baked it in a 9x13 pan. I used fat free sour cream, reduced fat cr of mushroom soup, and 2% cheese to make it a little lighter for us. Thanks for this wonderful recipe!!
This was great and tasted great. The only thing different I would do next time is add the entire pkg. of Taco seasoning..and half a jar of hot salsa...it didn't seem to have much of a zip to it overall. I followed a lot of reviewers and went with the chicken soup instead of mushroom and I drained a 14 oz. tin of diced tomatoes and sprinkled them over the soup. I also came across a pkg. of cheese tortillas so used them just for kicks. You never said what size casserole to use and my 3 qt. was small enough I couldn't get the second layer of tortillas in it. Next time I'll use one of those 10x10x3" aluminum throw-away pans. And there will be a next time for sure...

We love this one. I also add a box of Spanish rice a ronie with some water. It makes a great burrito the kids love.
I made this last night for the first time, and WOW, it was good! I have to admit, I wasn't sure about how it would turn out, but my family LOVED it, and so did I! Thank you for sharing this wonderful recipe!
Yum!
Yummers! This is delicious! Fast, easy, and makes great leftovers! I will make this again and again! Thank you!
This was pretty good--very heavy and filling but good! My husband LOVED it and can't wait to take it for leftovers tomorrow!! Very easy to make!
My husband loved it enough to eat leftovers the next day! great and easy dish!
My kids LOVED this!
a regular for our family
The first night my DH & I had the casserole just as described in the recipe but I thought something was missing.
The second night I tried something different.
I chopped lettuce, onions, black olives and some hot peppers. 
I reheated the casserole and placed it on top of the chopped lettuce then topped the casserole with the onions,olives etc., plus a dollop of sour cream and Salsa....WOW, what a difference. Now it tasted like a Burrito.
I'll make this one again but with the added extras.
I needed a simple recipe to fix up for dinner tonight and chose this one because A) I had all the ingredients on hand and B) It had 150 ratings at nearly 5 stars. Unfortunately my family was disappointed with the results. I found it to be just a little too blah despite the fact that I did include a layer of salsa. It was also too mushy for my taste. I will not be making this again. Thanks anyway!
Awesome recipe - quick, easy, and yummy. Have made twice. Better the next day. Still need to try it with the Rotel!
Okay...my turn to say how yummy this is! I used HONEYSUCKLE WHITE ground turkey breakfast sausage roll for the meat. I didn't have a can of refried beans, but I had black beans, so I made "Refried Beans in the MICROWAVE!" (Recipe #27810) and with just those 2 changes I shaved calories down to 441.25 per svg and 18 fat grams. (Still high, but better.) 
Wow this was GOOOOOD. 
My hubby RARELY comments on anything. He said "Dinner was yummy, honey." Nuf said. 
Thanks!
Awesome recipe!!&lt;br/&gt;&lt;br/&gt;For a large casserole I will be tweaking it so that the meat portion and the soup portion will cover the whole area.
I can't give this enough starts! It was so good! I doubled the sourcream amount because of people saying it was a tad dry. I used a 2.8qt oval casserole dish and I just layed the tortilla shells on the sourcream mixture I didn't tear them up (2 at a time). Mine came out really creamy and soft and delicious! Also I used 2 lbs of meat one of ground beef and one of ground turkey. I will be makng this again!
Absolutely delish!!! I subbed chili beans for the refried beans b/c I was out of them and it was good. My whole family loved it. Thanks so much.
Loved this! Made as directed except left out the onion due to the kids, but really went over well! Thanks!
Creamy, yummy, easy...what more can you say? Definitely a keeper.
I used up 1/2 a chicken I had (already cooked) shredded it and left out the onion. Mixed the chicken with the beans (added kidney beans too) and made as written. I made this earlier and popped it in the fridge until needed. I doubled the cooking time as it was cold when the cooking process started - it turned out great. Thanks for posting
This was a mistake.
Quick, easy and good. Next time will add the tomatoes and chiles as another reviewed suggested.
I didn't add the tortillas to the casserole because I knew it would be sitting a day before I served it. My boys liked it but I thought it was just okay.
Tried this recipe a couple days ago. Loved, Loved, Loved it!!! so easy and fast to make. Very much a keeper. Leftovers are even better.
Great weekday recipe. My family liked it better than my normal Enchilada Casserole. I always add more cheese.
This is the best casserole I have ever made or eaten.
What a great casserole! It was easy to make and quite delicious! Thanks!
This is very different, and very yummy! I used ground turkey and fat free soup/beans. I thought it was really good, but needed a little more "kick". Maybe next time I'll try using pepper jack cheese or add some green chiles or sliced jalapenos. I will definitely make it again! Thanks for sharing!
this is an AWESOME meal!!! My family's really picky but when it came to this dish....they ALL LOVED IT!!!!!
We LOVED this. I made no changes, other than omitting the hot sauce. My kids ate this with NO complaint. We're on a special diet that eliminates tomatoes temporarily, so it's hard to find Mexican recipes that work well. My DH said he didn't like it, but later said he's not feeling good. So that may have contributed to his taste buds not working well.
Very good. I too was very skeptical of using cream of mushroom soup but used it anyways. My husband said he would ask for it again so that is always a good sign. Next time, I will try Cheddar cheese soup instead. I might also add some diced tomatoes to the meat/bean mixture. This time, I stuck to the recipe as is.
This is really good, quick and easy, too. I will definitely make this one again and again. I wasn't looking carefully when I was at the store and accidentally picked up refried beans with jalapenos. They added a little kick. I will do this again, as my husband likes spicy foods. I also used corn tortillas, only because this is what I had on hand. I don't think any of my minor changes made a difference, though. This recipe is basically so good you can play around with it and not lose the original goodness. Thanks for providing such a yummy keeper!
This was absolutely delicious. My husband enjoyed two big helpings! I did use fat free refried beans, just to save a few calories. Will be making this often!
I use cream of chicken instead, and add a can of rotel tomatoes. This dish is fantastic!!
This was so good! I added a little more sour cream and mixed in a small can of diced green chilis with it. One of my new favorite recipes!
This is sooooo yummy. I used the Taco Seasoning Mix (2642) for this recipe and added Texas Petes hot sauce at step 8. This gave the dish a nice kick to the flavor. Only used 4 large flour tortillas. Will be making this often.
This recipe was so yummy. I didnt use any onion and I added a small can of diced green chilles to the sour cream mixture. I also used cream of chicken soup insted of the mushroom soup. I will def make this again and again!
Super easy !!!! The only thing I did was add some salsa on the meat layers. Husband and his friend ate better than half the pan. Thankyou for a great recipe
Great dish! Substituted pinto beans for the refried beans and it turned out really nice. Thanks!
I loved this recipe because it was so easy and I had everything on had. I used fat free soup and refried beans as well as low fat cheese and sour cream.
This was so good and easy. I used a can of black beans (rinsed and drained), since I didn't have any refried on hand. I also added salsa to the meat/bean mixture as another suggested. I love spicy, my kids and husband don't, so I just added sliced jalapenos to my helping when eating it. Everyone like it.
Very picky teenagers who believe food should come in a bag handed to you through a window in a building LOVED this meal! Added green chilies and topped with a few dollops of sour cream. Also brought leftover tortillas to the table and it was enjoyed by all!
Loved this dish! I thought it was easy to make and very delicious. I did make some changes after reading some of the reviews. I did not use beans, as I do not like them, and I used cheddar cheese soup in place of the cream of mushroom because I thought the cheesy soup would go better. I also added hot sauce into the soup/sour cream mixture. My husband loved it and now is insisting on my "Mexican Lasagna" to be part of our regular meals!
So good!! I had to make a few changes due to ingredients I had on hand. I used black beans, drained and rinsed, a homemade cream of soup recipe, I added about 1 - 1.5 cups of crushed Doritos to the top layer of tortillas (I only had 5 tortillas), homemade salsa instead of hot sauce. I baked it in a large cast iron skillet (12 or 14 in). I will definitely be making this again!
Easier than expected and very tasty. I used Campbell's Pepper Jack Soup instead of COM and added a layer of monterey jack cheese and a few packets of taco sauce to the first set of layers. Sliced black olives on top and only baked 20 minutes. Delicious and flavorful!
Very good casserole. Tasted just like burritos but much easier to make :-) I did add a tad bit of water to the meat mixture so it wasn't so thick. Thanks!!
I basically think this is a flawless 5-star recipe, but am deducting one star because it&#039;s high in fat and low in vegetables. My toddlers enjoyed it too.
I'm a lazy cook. I browned the meat and added everything together. Did two layers of torts and mixture w/ cheese on top. Voila! Really good. I like the idea of Rotel for some added kick.
I was looking for something to use up the hamburger in the freezer, and what a find! I added tomatoes and green pepper to the meat mixture, and put olives on top before baking. My husband went back for seconds, which he rarely does. Thanks for a wonderful recipe.
Delicious! This was loved by all. I made exactly as written, but used fat-free and reduced fat ingredients. I only had a very small amount for leftovers which disappointed my husband greatly as he was wanting to consume this the next day for lunch. This was very easy to put together and uses ingredients I always have on hand. This will be made again and again. Thanks for sharing.
I made this last night, we were snowed in. It was great and so easy to prepare. I also used cream of chicken and pre-shredded Mexican cheese. It would also be great with chicken. Made great leftovers today. Told my husband it was easy enough he could make it. I am trying to convince him to learn how to cook this year!
You would be truly missing out if you don't try this recipe. It's sooooooo good!! I have made it 3 times now and even took it to a family who had lost a loved one and they raved about it. The only change I made was to add a can of drained rotel tomatoes and a green pepper. Also added shredded lettuce on top. It is definately a keeper in my house!! Thanks for posting!!
Wonderful casserole!! My friend didn't see that it called for refried beans so we used whole pinto beans but it was still SUPER delicious!! The kids absolutely loved it! My favorite part is, like TXHomemaker said, I already had these ingredients on hand. I can't wait for potluck dinners.
I made this recipe one night when I didn't feel like burritos. I substituted a bunch of ingredients as I had not shopped for this recipe. I used about a cup of medium salsa instead of taco seasoning. I used progresso chicken tortila soup instead of cream of mushroom. And chopped chicken breast instead of meat. And it was STILL a hit! My kids hate casseroles, but they loved this. It's easier than some of the more classic mexican dishes, and tastes as good or better.
This recipe was good. I have to agree with others though it is very dry most likely because of the amount of beans. I have never seen the Ro-Tel tomatoes but I will look to see if i can find them as they seem like a good solution. Overall it is a good recipe just needs something to make it less dry.
If you like Tex-Mex you must make this wonderful dish. The flavor is out of this world!
Sprayed a 8 x 11 ½ x 2 inch casserole. All of this fits perfect in this size dish. Fills it to the top, and looks so pretty when done.
I also mixed (1) can Rotel tomatoes, drained, in the ground round.
Recipe #25449 taco seasoning is great! Used total of (4) large tortillas, the Burrito size. We like Old ElPaso vegetarian refried beans. For the cheese, Mexican Style 4 cheeses. Chicken cream of soup, Healthy Request. Thanks for the post! Peggy

I made this tonight and I would rate it a 5, my fiance a 3 so we settled on a 4. Next time I think I will add the hot sauce or maybe some green chiles. Tasted like it needed a little more of a kick.
I made this last night and my boyfriend loved it. I didn't use any beans cuz I'm not a fan. When it was all done baking, I put green olvies on top and my boyfriend added sour cream. It was quite yummy! Thanks
This recipe was awesome, but it needs more sour cream, taco seasoning, and cream of mushroom soup.
This was amazing!!!!!!!!!!!!!!! The DH said it was "Screamin'" his highest rating! I loved it too, wouldn't do anything to change this recipe, except maybe have some tomatoes and other items to top once it comes out of the oven. Super good, and will be a family favorite at my house for sure.
I make this casserole once every 2 weeks. I've modified it to suit our personal tastes, but it would still be excellent w/o the modifications. Instead of taco seasoning I use ground cumin, chili powder, cayenne pepper, salt, tabasco, garlic powder & ground oregano. Served with a side of mexican rice and it's one of our favorite meals. <br/>I asked my husband what meals he wanted when he returned from deployment and this was on his list!
Made this the other night for my boyfriend and myself. He really enjoyed the casserole and asked for seconds (even though I left out the meat since I'm vegetarian.) I will definitely make this again since it was easy to make and and very tasty :D
I added a green chilies to the meat mix of which I used ground turkey. I also used corn tortillas instead of flour. Next time I will try a can f chili instead of the refried beans.
We thought this was v. good. I'm usually weary of using canned soup, It tastes a little artificial to me, but it was good in this casserole. I used my home made taco seasoning. Used half a can of enchilada sauce I had hanging around for step 8, and threw some southwest tortilla strips on top for crunch. Will definitely make again, Thanks!
very good
My husband loved it. I used low fat everything including the cheese. Didn't know what size casserole dish to use so followed the picture with a round one. Next time will use a 13x9 as it would be easier to get out.
This was unbelievably easy to put together and tasted so good! I added green chiles to the beef mixture and 1/8 tsp cayenne pepper to the soup mixture, and followed the rest of the recipe as directed. My 5 year old licked his plate clean! LOL! I will be making this casserole again, and again and again.
Just made this for supper and everyone loved it. Instead of hot sauce I added a layer of salsa before the cheese. Very good will be making again. Thanks for a great recipe.
Excellent recipe. The only thing I did different was to add some hot pepper to it. I have made this several times.
We loved this! Came out perfect. Served with a side of salsa for an extra kick.
Very tasty, indeed! I would also add some diced chiles the next time to add some more texture and flavor. I did not have any sour cream around, so I used some cream cheese instead. Will make some great leftovers for the week. Thanks!
WOW!!! This is a great recipe. I had company come over for the weekend and I wanted to try something differnt and this was a huge hit. I had to give my company the recipe before they left. My DH has added this to the top of his favorite recipe list!! Thanks!!
very very good, however too too filling! I think I gained two lbs just by eating a small piece of the casserole! Great for pot luck! thanks for posting!
This was great, I gave it a three star because I found the original recipe lacking, and made my own adjustments.<br/><br/>First I used Cheddar Soup instead of Mushroom, because in my opinion it would 'match' the dish better.<br/><br/>I mixed the soup with the sour cream, and had that as my base layer, then added my wraps (I used pesto and garlic flavoured wraps), and added my beef/refried bean mixture.<br/><br/>Then on that I added chopped green onion, diced fresh tomato, black beans, black olives, and diced jalapeno peppers, then cheese, and repeated another layer, ending with a wrap and cheese.<br/><br/>It was a hit. Most definitely will make this again. I'd made a similar recipe years ago in the crock pot but prefer this recipe in the oven.
I love the idea of burrito casserole because it completely eliminates the assembly line of the burrito process and simply becomes a spoon and serve process. I work with La Cense Beef which sells 100 percent grass fed beef and recently made the switch to grass fed beef myself. It is not a healthier option that more common grain fed beef but is even more delicious. In Ground Beef Recipes like this it is a great way to cut but the calories and fat and bump up the flavor!
What a great casserole! Tried it two nights ago for supper and what a hit! After reading the other reviews, I did go ahead and add a can of Rotel Mexican and about 1/2 can of the liquid since they had lime juice in them. What nice flavor. I also served it with sour cream and salsa on the side. This is a keeper in our house for sure! Thanks for sharing NancyB! Tweeky/a.k.a. Judi :)
I thought this was okay, it was fabulous and it wasn't horrible. It was easy to make, but didn't have that "wow" factor for me.
Delicious! I didn&#039;t have any cream of mushroom soup so I used cream of chicken, and I didn&#039;t have any refried beans so I mixed together a tin of baked beans and kidney beans, and mashed them up. My family loved it and there were NO leftovers! I&#039;ll definitely be making this again and again and again...!
Just tried this recipe the other night. Was a little curious on how it was going to work out with the cream of mushroom soup, but it was great. Everyone loved it.
Excellent recipe!! A few minor changes to accommodate our tastes; I added a can of chopped green chilies to the ground meat and bean mixture and used a mixture of monterey jack and cheddar cheese and garnished with a couple tablespoons sliced black olives. Instead of hot sauce, I used Spanish Gardens Taco Sauce and it was perfect. don't think there is anything I would do different the next time - so very easy and so very good. Thanks for an awesome recipe!
This was devoured at my house by even the pickiest eater. Will make again. Thanks for a great recipe.
My kids loved this recipe and actually went back for seconds. I prepared it exactly by the recipe and it turned out very moist. Added shreaded lettuce and tomatoes no top. Thank you!
How could I go wrong with this many reviews! I was looking for a recipe that I knew would go over well with company that I planned on having over for dinner. I don't usually make recipes with creamed soup, but this one looked so good, I ran to the store and picked some up. This was quick, very satisfying and just awesome. My guests loved it and I got many great compliments. I have to admit, it was excellent!
I really didn't expect much from this recipe what with it calling for cream of mushroom soup. That being said...I LOVED it. In fact, my entire family loved it! They asked if we could have it every week! I did make a couple of changes recommended by others: I subsituted cream of chicken soup as I HATE cream of mushroom soup. I also added two packages of Taco seasoning. I felt it needed more flavor. Those two changes made it super although I think it would still be great as is. If you are in doubt...just make it! I'm glad I did!
This was good. I think I will add less tortillas next time as this made it a little dry for me. The most shocking part was that my husband loved this and he doesn't like tacos!!?? I will be making this again!
Recipe is great!!!But good Grief I seen Chef #775963 review,Why not just write your own recipe instead of making all the changes to this one!
Wonderful and easy. I added a can of diced tomatoes to the beef/bean layer, and added salsa as a layer instead of hot sauce. I added a few black olives just because we love them here. Went together easily and was very creamy and delicious. I did use light sour cream, low sodium healthy choice soup, and no fat refried beans; still tasted very decadent and rich. I served diced tomatoes and shredded lettuce on the side. I will be making this again!
Good and fast easy dinner. Will be making this again. I used corn tortillas. I like that flavor. maybe next time I may add corn to the mix.
When I fixed this two weeks ago I was instantly asked when I would be fixing it again! My guys loved it! I did add salsa to the bean/meat mixture to give it more oompf. So easy. I didn't even tear up the tortillias, I just laid them flat. I doubled the recipe to accomadate our family. For my first recipe from this site I call it a WINNER!
very good I added the hot sauce and used the small corn tortilla cause I had left over (doubled the number) Really enjoyed this
We really liked this and the leftovers were great! I did follow other reviewers advise and added a can of tomatoes with diced chilis to the meat mixutre. I also used a mexican cream soup - I believe it was pepper jack. Very tasty and will be making again!
My family and I love this dish. Made it yesterday for the first time. It will be made often at my home, next time I&#039;ll use ground turkey and garnish with jalape&ntilde;os for my husband or add green chilies to the meat mixture. Great for pot luck So!
Super easy to make and very tasty! Thanks!
Very Good
Quick and easy week night meal. The tortillas had a weird texture for me?a little doughy. I&#039;d like to try this recipe again with lasagna noodles. But overall, this casserole had great flavor!
This is a great recipe. I used low fat versions of everything. I also added a can of mexican tomatoes and a can of black beans. This recipe was even better the next day at lunch. Thank you for a great recipe.
This was AMAZING!!! My family of 4 devoured the whole pan! It was a perfect meal for a cold winter's night! Thank you so much for sharing this fantastic recipe!
This was good. I agree with Mystergirl that the taco seasoning was a little overpowering, at least for our taste. Will decrease and try again. Thanks for posting this recipe.
My very picky daughter who only likes food that are 96% sugar, loved this. She ate 3 helpings. I only used 4 tortillas and I substituted the following: fat free refried beans, light sour cream, 2% mexican cheese, ground round beef. If I figured it correctly, this dish came to 9 pts per serving based on 8 servings for weight watchers. I didn't have fat free mushroom soup, but next time I will try that and it would change the pts to approx 8 pts per serving. 8 servings is huge and it really is better at 10 servings since this is such a filling meal. We will definately be making this again. Thanks!
Delicious! My fiance' and I both loved this. I used only 5 tortillas, because mine were pretty big, and I think the casserole might have been too dry if I used all 6. Seriously though this was easy and great. My fiance' actually ate half of the entire recipe, and I had to stop myself from eating the other half!
We really enjoyed this and even my 7 year old thought it was great! It is a keeper!!
The whole family went ballistic of this dish.
I've never made a burrito casserole before so I decided to make this one for our Thanksgiving lunch today. It was a hit! Everybody who tasted it was raving about how good it is and some of them asked for the recipe. Thanks!
This was amazing! I added a lot of tapat?o to spice it up and it was perfect! Even a really good leftover!!!
This was a hit!
This is a potluck staple in our household. Everyone loves it! Only one change, I think the first time I made it, we only had cream of chicken soup and I used that instead of cream of mushroom. We liked it and I have made it that way ever since.
This is a favourite in our house and it makes so much that there are always leftovers to be enjoyed by whoever gets there first. We use chilli refried beans and add hot sauce to spunk it up and have decided we prefer it with cream of chicken soup instead of mushroom. We've done it with mince,beef strips and chicken and its always a hit. Thanks for a super quick and easy recipe.
This recipe has its share of high reviews! Let me add mine. A cinch to put together, and better yet, everyone in the family ate and liked it. That's all I ask for in a meal. Thanks, TX Homemaker
Very easy and very good! I forgot to thaw the groud beef so I used a can of pintos and some leftover rice instead. DH LOVES it!!!! Next time I will sub cream of chicken soup for the cream of mushroom.
This was quick and easy. I made this early in the afternoon but then came down with fever and chills. My husband and 2yo loved, loved, loved it fresh from the oven. I loved it reheated in the microwave the next day! Only sub I made was using enchilada sauce in place of the optional hot sauce. We will be making this again! Thanks!
This is soooo goocd!!! I made last month and froze it; I just had a baby so it was good to have to throw in the oven and cook. Both DH and I had seconds and I had for lunch for the next 3 days!! I used cream of chic soup rather than mushroom and it was very creamy!! Will be making when I visit family next month in AZ.
I tried this on a whim last night. I was pleasantly surprised! I followed the recipe pretty much exactly except while the beef was cooking was cooking with the onions, I threw in a can of tomatoes with green chili's and then drained the fat and excess liquid afterwards. I screwed up the order of the second layer, and it didn't make a difference at all. I made Spanish Rice a Roni to go with it and my boyfriend loved it. I will definitely be making this again! It was yummy!
OMG, this was so good another keeper!!!
When I read the recipe, I was a bit worried about putting Cream of Mushroom soup in a Mexican casserole. With so many good reviews, I decided to try it anyway. I am so glad that I did! I didn't taste any odd mushroom flavor. It was very delicious!
It is a hit at my house! Which is hard to do! I omitted the taco seasoning and added Rotel. Used extra lean meat, wheat flour tortillas, FF soup, FF sour cream, and 2% cheese. I do Weight Watchers so when I figured points up it came to 8 points per serving. I used a small casserole dish. Thanks for the recipe TX!
We added the rotel and green chiles like a lot of people suggested and this was a really good dinner. I also used lean ground beef, light sour cream, 98% fat free cream of mushroom soup and 2% Mexican shredded cheese and it turned out great! Thanks for the recipe!
This recipe is HORRIBLE. It is total waste of every ingredient. If you like food that is totally tasteless, lacks the requirement of any fundamental basic cooking skills, then this is the dish for you. It is with out a doubt, the worst concept of a semi-Mexican dish I have ever had the misfortune to make. If I could give it a o stars, I would - perhaps a -3 stars. I cant describe how BAD this is. Notice that almost everyone who gave this recipe a decent grade made significant changes to this recipe. Enough said - throw this recipe away and forget you ever saw it.
Great dish! I added a can of Rotels with green chiles and the refried beans also had green chiles. This gave it some kick. I would only use about 4 large flour tortillas. Easy to make! Thanks for posting
This was a great casserole. I did change it due to the reviews, I added a can of rotel while adding in the taco seasoning. It did add some spice. I also cooked the hamburger with some bell peppers. But that was all me, cuz I love bell peppers and couldnt imagine making a mexican dish without bell peppers. I also added a can of mexican style corn with peppers, so that my family would get alittle veggies, knew they wouldnt eat veggies and eat more casserole. It is a great recipe and I appreciate that you added it! Thanks! The corn didnt change the taste just added some veggies to it. We didnt add salsa to the casserole, but poured it on top. It was great! Thanks, got leftovers for tomorrows lunch at work, wait till they smell it warming up!Will be giving out the recipe!
Easy tastey and delicious!Thanx for great recipe.
I didn't much care for this, but dh loved it, which is a rare thing and so you get 4 stars for that. I used the cheddar cheese as I didn't have any taco cheese on hand, but next time I think I may try it with some monterey jack cheese as well.
I've made this several times and I can't believe I haven't rated it yet. As with any kind of casserole or OAMC meal one major aspect to making it is ease and preparation time. With both of those in mind this one is a winner and, of course, a wonderfully delicious meal! As already noted, I will be making this over and over again!
Love this recipe! Left out the onion, and cut up some hot peppers onto the cream mixture, which made it hotter, and also used refried beans with jalapenos. Will be making this often, thanks!
Very good, very easy! I served this with Lipton's Spanish Rice on the side. Next time, I may add a can of drained diced tomatoes to the casserole; or shredded lettuce and tomatoes and/or salsa on the side for topping. (I was time limited this time; packing for to-go-to-work dinners). Very good casserole!
I always make pre make suppers for camping trips and this for sure is a new favourite!! I froze casserole in a foil pan, reheated on BBQ on low for appox. 1 hour, topped with grated cheese and let set for a few minutes to set.
I used cheddar cheese soup in lieu of the cream of mushroom and added sliced jalapenos to the cheese layer...a refreshingly nice change....my daughter who won't try a burrito loved it and wants it again...Taco pie oh my(LOL). Thanks for sharing.
Fixed this for Christmas Eve to be able to prepare ahead of time and keep warm in time for dinner after church. I doubled the recipe and cheated by using store bought rotisserie chickens. It turned out wonderful, and I will certainly make it again and again.
I added some black olives and jalapeno peppers from the pantry, but this recipe allows for changes without changing the basics.
Good recipe. Not something I could make every month. But a good recipe for once in awhile!
It was good, but not great. I added cilantro, Rotel, black olives. It was just a little too mushy for us. The taste was good but the texture was just okay.
I think that it cam out right but it was over-seasoned, salty. Perhaps it was the brand of taco seasoning but this was the 2nd time I've made it and both times it had the same problem. I even used the low sodium canned soups. Sounds like a good idea but I would definitely not make it this way again.
My husband and I liked this, but we did think the combination of sour cream and the cream of mushroom soup to be a little heavy. Next time, I will leave the soup out and will saute fresh mushrooms to mix with the sour cream. I also added a small can of corn and fresh chives to the meat and bean mixture. I will probably use that thenext timeI want to make tacos. All in all, a pretty successful dish.
Excellent. I used corn tortillas and ground venison. We will definitely make this dish again.
Wow, what a relief this was! I made this tonight for my husband because my car battery was dead and I could not make it to the market. He almost got hamburger helper! I added tomatoes and used two kinds of cheese, and did not have refried beans, but I don't like them anyway - still turned out great! Thanks for the recipe
This casserole got a thumbs up from my husband who normally does not like casseroles. It was a nice change and very easy to put together. I wasn't sure what size casserole dish to use, so ended up using a 9 inch square baking dish. I did make more of the soup and sour cream mixture which really gave the casserole a nice creamy texture.
In a house with 4 kids who don't like anything, this was a big hit! It was easy to prepare, cheap to make and made enough for 6 plus leftovers a plenty for the big guy to take to lunch the next day. When kids go back for seconds, you know you have a winner! i'm a little excited to try some variations and additions to this one and it will become a regular in our house! Thank you for an awesome recipe!
Delicious and easy to make! I used the recipe with ground chicken and green chile refried beans.
Thank you for the great recipe!!! This recipe was easy to make and tasted great. We will be making this one again.
5 stars all the way. So easy to put together. A very quick meal idea that the whole family will love. Thank you.
GREAT! Everyone loved it here at my house, even my picky daughter ate a small serving.
I followed the recipe... only added a few "personal touches" like green chiles, black olives & some homemade salsa.
*****
My family LOVED this recipe! I added 1/2 can of Rotel tomatoes to the meat mixture in half of the casserole because my kids are not big fans of spicy foods I otherwise followed the recipe. Deeeeeelish!
First, I'll say that I changed it a little...I found out that I didn't have ingrediants that I thought I did! Instead of sour cream, I added 1 T. ranch dressing. Instead of refried beans, I put in a can of black beans. so mine wasn't as saucy as the photo.
It still turned out delicious and my youngest (2) asked for seconds. 
I usually keep all the ingrediants on hand so this is something we will definitely make again.
Meant to comment on this a long time ago! I have made this multiple times since finding the recipe and it is def. a family favorite! We have to double it so there will be a little leftover for lunch the next day! Very delicious!
I hate anything that uses canned soup. Can u leave it out? Or did another can soup hater come up with a substitute?
I made this a few days ago. It was very good. Had the leftover for lunch the following two days and it was still exellent.
thank you TXHomemaker for the great recipe.
This was fantastic! My husband and I as well as our boys (6 & 8) loved this dish. I made my casserole in a spring form pan which showed off the layers and added to the presentation. I served this with salsa. Next time I'll probably serve this with a side salad just so we don't want to eat the whole casserole in one sitting.
We loved this just as written! So much easier than rolling up individual burritos!
This recipe is GREAT and SO EASY!! The only things I added were a small can of green chilies to the browning ground turkey, fresh chopped tomatoes from my garden, and a small can of sliced black olive scattered on the top before baking. It came out 100x better than I ever expected and I will definitely make this again!! Thx!!
This casserole was the bomb. I did add some corn chips to it so it had some crunch to it. my family loves it.
hmm i am a vegetarian but will try to do this recipe with my veggie crumbs will updated sounds really yummy.......
Very Good! I made no revisions...except I didn&#039;t have an taco seasoning so I uses some Chipolte&#039; dip mix and used that...a little more fire, but we liked it! This will be a keeper.
A good basic recipe but l also added things to make it better. I was out of taco seasoning, so I made my own - ran a bit short but the seasoning level turned out just fine. I mention that as you may wish to cut the salt back a bit. I added green chilies to the meat mixture and sprinkled some taco sauce over the first layer. I also added one torn tortilla on the very top and topped that with lots of cheese. This added a bit of crunch to the top. After 30 mins in the oven, browned the top under the broiler. Will try next time with corn tortillas and a small can of corn, as the flour tortillas get a bit gummy. Don't let my comments steer you away - this is a nice recipe. You'll just want to play with it to suit your tastes.
What a great, easy recipe! I also added Rotel tomatoes with lime and cilantro as other reviewers did and also used some extra sour cream with the soup mixture. My family loved it, even my picky 5 year old! Next time I might try a different type of soup, like the nacho cheese but it was great like it was! Thanks for a new family favorite!
Just made this. Added can of fire roasted tomatoes and green chilled. A total hit!!
Great recipe! Very flavorful! I added green onions to casserole which added more flavor. I also chopped up tomato and avocado to add on top when it was done cooking.
Delicious! I did like another reviewer said and added rotel tomatoes to the beef mixture and I replaced the mushroom soup with cream of chicken! Best casserole I&#039;ve ever had!
My husband and I both loved this recipe. Like others have suggested we added Rotel and black olives. We also used fiesta nacho cheese soup instead of cream of mushroom, it turned out great. We will definitely be having this again!! Thanks.
My husband loves this. I thought it was a little salty, but overall it's a keeper. I think I will just substitute my own taco seasoning next time.
This was delicious. I doubled and used half cream of mushroom/half cream of chicken soup. I also added one can of Mexican Rotel with the liquid and about 2/3 cup water. I also left out the onion. I served with jarred Taco Bell Hot Restaurant sauce. It tasted like Taco Bell burrito supreme to me. Delicious. Was a hit for everyone.
I made this for supper tonight and everyone loved it even my picky 5 year old. It was easy to make and came out great. Thanks
Made this tonight it was very good! I like this recipe, because it was something I could throw together without running to the store. I used Laughing Cow cheese in place of sour cream, &amp; a can of Mexican beans for re-fried beans, but everything else I had and it was very good. It does make huge servings. I made it for 4 servings and we barely even ate 1/2 of it. We will be eating it again tomorrow. I also made the Mexican Rice recipe and that came out great too. Thank you for a great recipe, I will try it again.
Simple &amp; Amazing...love this...not sure if I am to use condensed soup or not though
Was very tasty, although a little too salty. More like 6 servings in our household.
My 5 year old asked for seconds... That is so huge would live off hotdogs if I let her but she asked for seconds :) I did add the black olives and rotel also I was out of sour cream so I added some tostitos cheese dip with the cream of mushroom and a little milk. I thought it was very good and will make it again with a few minor adjustments. Super you posted this thanks.
This was just ok. I think I would've liked it better, but the cream of mushroom soup gave it a weird flavor and I also thought it was a bit salty. This could be a good recipe with a few tweaks... next time I think I'd just use straight up sour cream and add a salsa layer in there.
This receipe was great. Hubby returned for seconds. I made a few changes, just because I wanted too and had the ingredients. I put a whole onion in. I had a 1/2 a cereal bowl of chopped celery,carrots. onions and Green peppers left from other casseroles and I thew them in the hamburger. I used the homemade taco seasonings, used black beans and used twice as much mushroom soup and sour cream. I think the original would have been great. But I hate to waste things and had these on hand.
I love this recipe. It tastes so good. Fairly simple and I&#039;ve doubled it to feed large crowds. A hit indeed! I even took it to our yearly Christmas party.
easy to make and it was very good. I added just a bit of hot sauce to it, I didn't want it to hot for the kids, but next time I will definately add more, it needs more of a kick to it. Very good, thanks for posting
This was ok...I thought it would be a lot better because of all the reviews. My three year old loved this dish but I just thought it was ok.
This was good and it gets extra points because the kids ate it. DH isn't a big fan of the beans, so he ate it, but didn't want it for leftovers.

The recipe doesn't say how big a dish to use, so I used my 9x11, and I was really stretching to make the mixture spread. The torn up tortillas seemed like too much. But, when it all got cooked, it was fine.

I did not use the hot sauce because I wanted to taste it first to determine how much spice to put in. I think it would have added a little kick to add some chopped chilis and some cilantro.
Followed the recipe exactly and my entire family loved it and my teenage son has been asking me to make it again -- and I will.
This was just OK with us. I followed Dissie's advice and added a can of Rotel and green pepper. With these additions, the taste was spiced up rather than being bland. Mine wasn't dry at all, but not the most appealing dish to look at. Quick for a family weeknight meal.
Yummy! DH loved this and asked me to make it again! I took some of the others' suggestions and added Rotel to the soup mix, and garlic to the meat mix. I've made it twice now, once with cream of chicken, but we preferred the cream of mushroom soup. I also used the lowfat cheeses and sour cream, and low carb tortillas (they're high in fiber). I only used a splash of hot sauce, since I was using the Rotel. This was easy for a week night dinner with things I usually have on hand, and leftovers were even better. Thanks for posting!
Add another delicious...used cheesy taco seasoning. Added olives, chiles, and Mexican flavored Rotel...Used feista cheese and cream of chicken...Will be making this quite often as it was a hit!!!
I made this for dinner tonight and it was wonderful! It was easy to prepare and tasted delicious. Will absolutely make again!
I have made this twice now. The first time I made it just the way it was. My family liked it but didn't care for the taco seasoning flavor, since I know they like enchiladas I used enchilada sauce in its place. It turned out fantastic and the family loved it. Thank you for the concept it will be a regular meal at our house.
I just noticed this will be the 300th review! I made some changes, I browned the meat with garlic and onion powder and threw in some diced tomatoes and cooked rice instead of the beans in the meat mixture. I also used cream of mushroom and chicken soup, I looked all over for what another reviewer used, cambells mexican cream soups but we dont have them here. I also threw in a softened 3 oz block of creamcheese I had to use up into the cream mixture. We put some Recipe #248070 on as needed on the plates and it was great, and SO filling. I may throw some corn in next time for a one dish meal, and think the idea of useing the flour tortillas on the bottom and hard tortillas on the top would be tastey
Excellent - everyone loved it! Lots of options to add and change it up.
This was a hit with everyone in our family!! I used cream of chicken and a can of diced tomatoes as suggested by other reviewers. I also added a package of firm tofu to the ground turkey. Made casserole in a 9 X 13 pan......delicious! Thanks for a quick and easy weeknight dinner.
So Simple! So Yummy! Enough said? Seriously though, my husband and son really enjoyed this meal, thank you so much for posting the recipe!
Good. I followed the recipe exactly and did not use the hot sauce. I think next time, I will add a layer or salsa to it to add an additional flavor. I also think that I will cut back on the taco seasoning and maybe only use half a packet. It tasted a bit too salty. I might try to make my own taco seasoning and that may help as well. Would be great as another make ahead meal to freeze. I will make again, thank you!
This was quick and easy. I made a change by adding a can of Rotel as suggested by others. So glad I did - I think it would've been too dry if not added. I wish I could find the Campbells Mexican soup one of the other reviewers mentioned! I did not add hot sauce but will next time. It makes a lot. Our family of five had plenty of leftovers. I wonder if it would freeze?
I thought this was very average.
Really good and easy meal! I added mild picante sauce after the first meat/bean layer and used fat free beans and low fat sour cream. I drizzled Taco Bell hot sauce on my serving and added a dallop of sour cream. I think 30 minutes baking time was a little long, so will do 20 minutes next time. Thank-you!
This was an ok, inexpensive casserole. I live in San Antonio, TX and I know what authentic and delicious Mexican food tastes like and that was not it. I was a little hesitant to put cream of mushroom soup in a Mexican dish but it worked out pleasantly. The only thing I recommend to anyone making this would be to follow the directions on the seasoning packet and put water in it plus garlic, and hot or bell peppers. My meat turned out dry and I know it would be a lot better with some moisture. It takes like microwave burritos you would buy in a store but fresh.
Yummy! I made two modifications -- (1) I used corn tortillas instead of flour tortillas; and (2) I added some salsa to the refried beans to make them easier to spread and make the casserole moister.
This will replace my old Mexican Casserole recipe. Will make again real soon. Thanks!!
This was pretty good, next time i might add more stuff to it to make it spicier... but the real kicker is my three year old who eats nothing tore this up!!! onions and all. There is hope for this boy after all!!!
This was so good i added green chilli and green peppers to the mix for some extra flavor
This was really yummy. I even manged to forget the second layer of torillas and it&#039;s still good. I served it on a bed of lettuce &amp; tomatoes. I used a 13 x9&quot; pan but I might use a smaller one next time. I&#039;ll make this again.
I try to watch calories, so this is not the one for you if you want to lose weight, that is for sure. But if you want to binge, this will qualify and will be well worth the cheating! Very good and I will make it again for the family since they do not diet! :)
This was amazing I&#039;ll now eat this everyday YUMMY . Except it can use some salt and peper. Less sweetness.?
This recipe was delicious and incredibly simple! We added the Rotel tomatoes and peppers to the meat/bean mixture and also drizzled some Cholula (our hot sauce of choice) on top of the cheese layer. To. Die. For!!! Thanks so much for sharing this recipe - we'll definitely be making it again!
I have to give this 5 stars, despite my waistline's objections. It's true comfort food, creamy, spicy, was a favorite in our house from the first gooey serving. I also use the Mexican cream soups from Campbells as another reviewer suggested. We usually eat the Old El Paso spicy fat-free refried beans, which gives a good extra kick to this dish. Wonderful recipe and very easy to put together!
A different flavor for me but somehow feels like comfort food!
I used Taco Seasoning <a href="/2642">Taco Seasoning Mix</a> and Condensed Cream Soup Mix <a href="/25653">Condensed Cream Soup Mix</a>. The flavor was fantastic but the sour cream/soup mixture was thinner than I would have liked. Next time, I will either use less water or more cornstarch in the mix.
Such a quick and easy casserole; both in preparation and cooking time. Loved this! Such a great flavor. Will be making this again!!
YUMMY was a hit with the whole family......followed recipe as it was!!!
Simply DELICIOUS! recipe. I used Recipe#121415 for the seasoning and made Recipe#44746 for the soup. Added a diced fresh tomato to the meat mixture too. We had a salad along with this casserole. Thanks for sharing this delicious recipe!!
I really liked this because it was super easy to put together after work. It was yummy too - no complaints from anyone! I only used 4 large burrito-size tortillas, and I thought that was plenty. Will be making again. Thanks!
I found this recipe and made it the same day for a potluck at my son's school. It was the first dish gone but I never got to have any so I made it again the next day. It is super easy, kid-friendly, and tastes great. It is going to be my weekday meal on the run. Thanks.
We thought this was really good! Very easy to prepare and very tasty too! We will definitely make this again, thanks!
I used 1.5 lb turkey and healthy cream of chicken (what I had). I added the taco seasoning and 1/2 a cup of water and let that simmer together for 3-5 minutes before adding beans. The water helped the mixture come together. Used a little splash of milk to make the sour cream mixture go farther. Did not use hot sauce, but served with fresh lettuce, tomatoes, and jalepenos along with mexican rice, home-made salsa, chips, and sour cream. Next time will use more meat and sour cream to please the hubby. Added to cookbook!
I guess I'll add to all the great reviews on here! This was super! It was quick, easy(DH made it all by himself), inexpensive (since we are on a bit of a budget at the moment) and we had leftovers. What more can you say?! Thanks for the awesome recipe!
This was really good. My husband kept saying, it tastes like a bean, beef & cheese chimi. We'll certainly make it again! My husband is GF, so I used Recipe #164715 and Corn Tortillas to keep this recipe GF.
I made this recipe for my family and I tonite 14 Sept 2010 I thot it was too dry I woould double the sour cream/soup mixture and add some chikn broth to the bean/taco meat mixture for flavor and moistness and possibly add some green chilis thanx I live n Shawnee OK.
This is super easy and tastes like taco bell in a good way. I put green onion on top and it was awesome.
Easy cheesy and tasted great the next day too for my lunch. A few co-workers peered into my lunch and looked eagerly at it as if they were waiting for me to offer a bite. It was yumo! Great way to use up my extra taco bell hot sauce in the fridge =)
This was a great recipe that my whole family loved! It is really hard to find something that the kids will eat and not complain about. There were no leftovers!!! I have recently started looking for 5 star recipes on Recipezaar to help fix the dinnertime crisis and so far it has worked out very well! Thank you for the recipe! :)
This is a keeper for us. I used light sour cream and reduced fat mexican cheese as well as fat free beans.<br/><br/>Made thiis for the second time to take to a church pitch in. Everyone loved it and had a request for the recipe. Thanks so much for sharing!
This was GREAT! We were worried about the Cream of Mushroom soup (because we both HATE it) but went for it anyway and it was wonderful! Didn't even notice the cream of mushroom soup, could only taste the sour cream. We added Black Olives YUM! Thanks for this recipe, its a keeper! :)
We thought this rated five stars and is a keeper recipe. Easy and really good. Thanks!
Thank you for this recipe! It was very easy and my husband & I loved it!
This was amazing! I did make a few changes based on preference and other reviews. I made this vegetarian by leaving out the meat and adding in a can of black beans. I sauted the onions and then added the black beans, and homemade taco seasoning. Then I added a can of chunky Rotel tomatoes and green chilis (based on other reviews. Great call!). The only other change I made was to add a half of a can small can of black olives after the cheese layer each time. THIS IS A KEEPER!
This was excellent! Made it as described (we did add the hot sauce, as well as taco sauce) and it was very tasty. I may have added a little more than 4 oz of sour cream as well. Very good!
Very good !!
Fantastic. I read all of the comments and wound up using some extra ground beef with a can of chopped tomatoes mixed in, cream of chicken soup, salsa in the layers and some diced olives in the top layer. It was not dry, was plenty tasty and everyone loved it. Now I have to translate it into French and give copies to everyone who came to dinner last night. They had never had anything like it and loved it.
Yum!
This was a great dish. I made it last night and blogged about it here: http://fabulouslyfrugalicious.blogspot.com/2008/10/creamy-burrito-casserole.html
I know I'm in the minority, but this was just an ok dish. I added olives and extra spices, but it still feels like it's missing something.
It was absolutely wonderful just the way it was written. I was able to freeze some of it easily, as this recipe made an entire 13X9 pan full. My husband and I enjoyed it, and it reheated well for lunches.
I made this recipe exactly as described and I really didn't care for it (which is rare for me), but my husband enjoyed it. I felt that it lacked diversity in texture. It was all very mushy. Mushy tortillas, mushy refried beans, mushy melted cheese. With that being said, it was easy and cheap to make with ingredients I had lying around, but I likely won't make this again.
OK 300 reviews can't be wrong! This was great. The kids loved it. My dh wasn't too sure, but I convinced him to try it. He was impressed! He thought the soup would be nasty--far from it. I didn't have any rotel tomatoes so I used a can of diced tomatoes w/ onion and garlic and a small can of green chilies (as per comments). He has said over and over "You were right I was wrong." He won't admit it often! Thanks for the yummy recipe w/ ingredients I had already.
This was really good! I used ground chicken, 4 small tortillas and cheddar cheese soup instead of cream of mushroom. I served it with a chopped salad with lettuce, tomatoes and green onions to give the meal a little freshness. A keeper for sure!
Sorry but this was way too salty! May have to throw it out. :-( It was also slop for me. I don't know why but this has happened before with ceam of etc soups for me. Maybe this has something to do with being in Australia.
My family really likes Mexican anything, so I was pleased this was so good. I followed another reviewer's advice and added a can of Rotel to the meat and used Southwestern Pepper Jack soup instead of the mushroom. I also increased the meat to 1 1/2 pounds. Easy, quick and tasty!
I bumped up the heat and served it to a Mexican young man visiting us and he LOVED it. So make me VERY happy to impress someone with food from back home.
Easy and delicious! I added black olives and some hot sauce to the top.
We found this very salty-read and re-read the ingredients, normally water is added for taco mix/burger. The mixture was very thick, too hard to spread evenly in the casserole pan. The pan size is not added I used 11x-7x
This dish was very easy to make. The flavor was good, I made it with out the hot sauce because I thought it would be to spicy for the kids. My husband added salsa to his portion & said it was good. The kids did not like it.
YUM! This was much better than I expected. I do not like mushrooms so I was a little hesitant to use the soup but it turned out great. Even my son liked it. We will definitely cook this again. Thanks :)
I liked this recipe and my husband loved it! This is a nice easy midweek meal. Most of these ingredients I always have so it will be a great recipe to have. I used monteray jack cheese and a little cheddar. I topped mine with chopped green onions and think it would be really good with Pico de Gallo or some Guacamole.
This is a really great recipe. Even my picky 2 year old son liked it. I used the 98% fat free cream of mushroom soup and reduced fat sour cream and it still was wonderful. BRAVO
Extremely easy and delicious! I added 2 tomatoes to the soup/sour cream mixture, and I used extra sour cream also. I'll be adding this to our regular dinner rotation!
This recipe was wonderful! We made this last night and it was great! I made a couple of changes; used cheddar cheese soup vs. the cream of mushroom soup, I also added a little more sour cream than recommend I would highly recommend this recipe to anyone looking for something that is different and delicious!
Great dish! Quick and easy, made with ingredients I usually have on hand. My 10 yr old daughter made this for dinner tonight, and was so proud when everyone loved it!
Yum, this is a staple in my house, my family loves it! Thanks for sharing this recipe!
Oh my gosh this was wonderful. I and my husband ate the whole pan. Made a few changes, instead of flour tortilla's used some crumbled tortilla chips, increase the sour cream to 1/2 c and substituted cream of chicken soup (personal preferance) . Will definitely make again
This is so awesome!!!!
Absolutely loved it! It was great and the leftovers the next day were equally outstanding! My 13 year old has already requested this for her birthday dinner :)
creamy & good.So good I had it for lunch today as well!!
I used cream of Chicken & added a mild green salsa into the soup mixture.I'll be making it again,thanks!
Everyone loved this, very good with some shredded lettuce, salsa and sour cream. Will make again, often. Very easy.
Quick and easy. I added some salsa. Thanks TXHomemaker.
Fantastic! Very easy and made enough to have leftovers for two days! I added a can of diced tomatoes to the beef when it was being browned, and some diced jalapenoes in between the main layers. I also topped it with chopped scallions. We loved it!
I was really excited to try this after reading the reviews! I'm so glad we did as this is a very easy casserole to put together and it's very delish! Tastes exactly like a burrito! I used the "hot" taco packet and "hot" refried beans to add some heat. I HIGHLY reccomend using the "fiesta nacho cheese" Cambells Soup, which is right next to all the other cream of such and such soups. This made all the difference and definitely added tons of flavor. I just couldn't see using mushroom soup in a burrito casserole! I only used 4 tortillas and it was great because I whipped it up in the morning, put it in the fridge, and popped it in the oven when I got home from work. Super easy, family friendly, and a keeper for sure!
Love this. I made it in a 13x9 metal pan. I think the meat/bean mixture needed a little more liquid, so I think next time I'll add some salsa. I used 3 burrito-sized tortillas and it made great layers. Thanks for posting!
I am not a huge refried bean fan but these were great! More importantly my husband LOVED it. I used pepper jack cheese and put some pico, sour cream and olives on top. YUM!! These are a keeper in our house, thanks.
This dish is great! Right after the meat got browned, I added taco seasoning and red wine (any kind of red wine) and it was a hit at fellowship hour at my church :)
I made this tonight, following directions exactly. It was pretty easy to make, but I think that the part I didn't like was the sour cream mixture once it was baked. Personal taste, I guess.
Yummy!!! Did see the suggestion of the rotell until now, but that sounds like it would be a good idea. I did have to add a bit of water to the meat mixture to really mix it and get it to spread, so the rotell would have served the same. Easy, tasty, and a real pleaser, Mad as directed and topped with salsa. Thanks for the post
Great "make ahead" Mexican meal! I used the Chi-Chi's taco seasoining (much better flavor than the other kinds, IMHO). After reading some of the other reviews, I think I will also try adding green chiles and/or jalapenos to spice it up a bit more. Will also add a little extra hamburger as I seemed to run low on the meat mixture by the time I got to the second layer. Great with extra sour cream and hot sauce on top!
I may be in the minority, but my husband and I just didn't care for this. I thought I would since I love burritos and this was super simple, but I think our disliking this was due to the tortillas becoming mushy and doughy in the casserole. I didn't care for that texture. Maybe it would be better if you put a layer of rice or a layer of tortilla chips instead of flour tortillas. Also I didn't think the mushroom soup complimented the flavors very well, I would look for a different flavor.
such an easy, delicious meal -- and I made it with ingredients that I had on hand, which is always nice :). Following earlier suggestions, I added a small can of diced green chilis to the bean/turkey mix. I wanted to add a can of diced Rotel tomatoes (as also suggested) to thin out the bean/turkey mix a bit, but I didn't have a can on hand so used a half-can of mild enchilada sauce instead. My picky kids and husband loved it and asked for leftovers the next night (it's rare when leftovers are actually eaten in this house ...) definitely a keeper - thanks!
Personally, I loved this recipe but sadly DH thought it was too 'dippy' tasting and said it just tasted like bean dip. I did make a few changes- I used a beef substitute as we are vegetarian and I used cooked dried black beans as I am not a fan of refried beans (this was quite possibly the reason mine turned out too 'beany' for my picky DH), and I used my own taco seasoning (another fabulous recipe from this site). My end result also didn't stand up on it's own as well as everyone else's seemed to, not sure why. Still, my 16 month old and I gobbled this up!
This was great! And the fact that it lasted two nights was a bonus since my Hubs likes to eat! We used 1 package of veggie crumbles instead of beef, vegetarian fat free refried beans, 2 cups shredded taco cheese, 1 can 98% fat free mushroom soup, and light sour cream. It was so good, and I'll definitely be making it again!
This was delicious! I was out of taco seasoning but thanks to this site not a problem, made my own. I used my home canned pinto beans mixed them into refried beans and had a can of Campbell's chicken verde soup vs. the cream of mushroom. I also, used salsa vs. hot sauce. This was wonderful will be making this again Thanks TXHomemaker!
Great recipe. Added Rotel tomatoes along with the beef/ bean mixture. Used Kittencal's taco seasoning mix because we don't care for the packaged and used cream of chicken instead of mushroom. Very good. Even my 2 & 4 year old ate it! Also added tomatoes, avocado & crushed doritos after removing from oven. Thanks for sharing!
I don&#039;t normally like changing ingredients before i make something but I did end up switching the cream of mushroom soup for a fiesta nacho cheese soup and it was AMAZING! :D Very Tasty and I&#039;ll definitely be making this again! Also topped it with black olives! Mmmm!
Very good! I made this with Belinda's Mexican Rice #241947 as a side and it was a great meal! I used fat free/reduced fat versions of beans, sour cream, soup, and cheese and it turned out perfect! Thanks!
This was so good! I added a can of diced tomatoes with chilies and used cream of celery soup instead of mushroom. Perfection! Definitely a keeper!
This recipe is something amazing. I have kids ranging from 1 to 6 and none of them are big taco fans. They'll eat them but if I expect them to eat something like enchaladas it's like pulling teeth. I thought this recipe looked yummy and it had great reviews so I figured I'd try it, at least my husband and I would like it and it probably wouldn't be a regular thing. I've made it 3 times now and my kids just love it! My 4 year old even asked to eat some of the leftovers for lunch the next day after the first time! I've made it with cream of mushroom and with cheddar cheese soup and I like it both ways though I do prefer the cheddar cheese soup since i'm not a mushroom fan, not that you can taste the mushroom much with it so it really doesn't make a huge difference. This has definitely become a regular for us, and it's pretty inexpensive to make too which is always a bonus!
I have made this a few times and can't believe I didn't give it a rating. This is a wonderful dish that is just so simple to throw together. After adding the second layer, I generously add taco sauce over the meat, then finish layering it. FYI 4 oz = 1/2 cup. Enjoy!
Delicious! I really enjoyed this and everyone had seconds so I think that's a good sign. the two things I changed was no onions (hubs doesn't like them) and I added can of chopped tomatoes w/peppers to the meat and bean mixture.
This is GREAT!! Very easy...very quick...and the taste of great burritos without the mess!! Thank you, TX Homemaker...we will be making this again!!
We weren&#039;t crazy over it. Too much bread and not enough sauce. Maybe mix the meat with a little water? Also missing some zing. A little lime juice? Might try again with a few modifications.
I have to give this 5 stars because it was so easy to make and the ingredients are everyday ingredients! While preparing it, I really just wasn't expecting it to be anything great, but I was pleasanly surprised. I followed the recipe exactly--and added just a little Red Hot. Next time I would like to try it with the Pepper Jack soup or the Creamy Verde. Thanks for a super easy, yummy recipe!
Fabulous! The husband and I both had seconds and then ate it for luch the next day. I am def not a left over fan so that is amazing. :D I made it as listed and loved it. :D
My husband said I outdid myself when I fixed this!! We both loved it. I think next time I might add a can of Rotel tomatoes with the meat/bean mixture. Great recipe!!
great!!
My husband loved this! It is kind of like a "Mexican Lasagna" Thanks for sharing!
Made this for dinner tonight. Substituted Fiesta Nacho Cheese Soup for Cream of Mushroom Soup and substituted a can of diced tomatoes (with Jalepenos) for hot sauce. We will make this again. Thanks for sharing!
I have made this several times with no deviation from the recipe. Since we try to watch our fat and sodium intake, I used the ground turkey, lower sodium Taco Bell taco seasoning, the Healthy Request mushroom soup, and reduced fat cheese and sour cream. Good for a change of pace and very filling.
It is a pretty good recipe, but it definitely needs some extra kick and spice. Otherwise, well written.
More like a dip than a main course.
I was pleasantly surprised with this casserole. I don&#039;t like sour cream/cream of mushroom but still gave it a try and it was delicious! I also added a can of rotel for the beef/bean mixture. Thanks!
This has turned into a family favorite, I do everything as the recipe states to except I don't add the refried beans or onion to it because we are not big onthose, so I call it taco casserole instead of burrito, but we love it.
This recipe is delicious. I substituted Nacho Cheese soup for the Cream of Mushroom and also used onion soup mix as I didn't have any onions on hand. It came out wonderful! Thank you for sharing this TX.
i absolutely love this recipe. i made it tonight for dinner as a matter of fact its just lovely with guacamole, salsa, sour cream, and lettuce omg amazing
This was very good! Very simple and already had all items at home. My boys loved it!
This was good. Next time though, I will reduce the taco seasoning by half. It wasn't so much that it tasted like it was too spicy as the seasoning was a little bit over powering. Great recipe though. We will make it again.
My husband Is a VERY picky eater!! But he loved it, so did I! We will be making this again. I did however use cream of onion in place of cream of mushroom.
Absolutely lovely, even my 2 year old loved it. Hubby went back for triple helpings! I took note of the other reviews and added some chopped garlic to the mince and onions then added a tin of chopped tomatoes. Definately a keeper.
Awesome!
everyone liked this...
Very good!! Even my pickiest 2.5 yr old ate it!! I used kidney beans instead of refried as that's what I had. For us, it was spicy enough with just the taco seasoning. I also chopped up some fresh tomatoes & put on the beef. Thanks a lot.. I'll make this often!!
I love when everyone in the family likes a recipe. We all really enjoy this. It&#039;s very forgiving, you can really play with adding different things. I often make using mild enchilada sauce &amp; we like it that way. I also like to increase the beef &amp; refried bean amount. I agree with another reviewer that the taco seasoning you use will make or break the flavor. The homemade version here on food.com is great.
This is excellent! I was skeptical about using the soup in it, but it's a very tasty meal. When I first made it, I used 1-1/2 lbs ground beef, but that much meat isn't necessary. Any shredded cheese will do; in my opinion, the best kind is the mix of jack, cheddar and mozzarella. It's easy to make with ingredients that I typically have on hand, a real plus. I served this with sour cream on the side, and it went very well with a salad and some rice. This recipe even made an impression on my hubby; he recommended I give the recipe to his mom when I was putting together a small recipe binder for her. And that was almost a week after I'd first made it! A real keeper, thanks for posting it.
Wow....Amazing. Only 2 additions that I made: diced tomatoes & sliced black olives. This is a definate keeper!!!!
Fabulosa! I subbed Morningstar faux-beef soy crumbles, and used low-carb whole wheat tortillas, but otherwise changed nothing, and it's so very delicious!
As written, it would have been too bland for me. I made a few changes to punch it up significantly. 


I added 2 minced chipotle chiles (seeds removed) with about 1 T adobo sauce to the cream soup/sour cream sauce step.
I subbed cream of celery soup for the mushroom soup (it was what I had on hand).
Used fat free sour cream, and low fat mexican shredded cheese blend, to lower the caloric value a bit.
I also used a medium salsa in place of the suggested hot sauce.


With those substitutions, it was fantastic. My husband is begging me to make it again. Spicy and filling.
I made this last winter on a cold & snowy day. It warmed us right up! I followed the recipe exactly as written, adding the hot sauce as suggested by the chef. My husband LOVED this. He ate until his stomach hurt! No kidding. Great recipe that deserves all the great reviews.
Everyone loves this Burrito Casserole! I didn&#039;t have any sour cream on hand, so I used some Buffalo Ranch Dressing in place of the sour cream. It really added to the flavor! Great recipe, it is one of our favorites now:)
I made this and thought it was easy and delicious. I even brought some to work for a co-worker and she enjoyed it as well. I will make this again.
i have to agree with all the other reviewers. the only change that i made was that i substituted 12 oz morningstar farms crumble for the ground beef and my family loved it. the second batch i made i added some leftover cooked brown rice that i had as an additional layer over the bean layer -- it was soooo good. thank you so much for sharing
This was very easy to make! I used a 9x13 pan but would definitely use a smaller one next time. I really enjoyed the taste and used low carb tortillas. Thanks TXHomemaker!
This was absolutely super and so so easy! Everyone loved it and I was barely able to feed two adults and four children with it because everyone wanted seconds! Next time I will try the Rotel tomatoes.
This was a hit at our house! My husband is a picky eater but he enjoyed this. Even got some "Mmmm" sounds. :-) Thanks for posting!
My husband and kids kept saying make this again while they were eating it. I think next time i might use corn tortillas just for something different.
I made this vegetarian (didn't use beef or chicken) and we still really liked it. Next time I think I might add salsa and maybe even guacamole to it. It was a hit with the kids as well.
This recipe lives up to all it's great reviews. My five year old son is quite the food critic and he had some for supper, a late night snack and asked for it for breakfast. If that doesn't say something about the recipe...I don't know what does. I did add a can of rotel to the top before I added the last layer of cheese. Will definitely put this on the rotation!!
This is a GREAT casserole!! It's easy to make. I've even done it in a crock-pot. I've made it tons of time. I think that this is one that I've made the most times. My family really liked it too, and I've taken it to church pot-lucks and come home with the pan empty!
Absolutly wonderful, took it to a potluck and it was the only dish that was completly gone.
I made this with tuna and it was absolutely delicious. Presentation was a little messy, but I'm not well versed in that to begin with. The sour cream and mushroom soup base is genius!
This was so good! Made a few substitutions, cheddar cheese soup instead of cream of mushroom, and corn tortillas instead of flour because that's what I had on hand, but this was great, will be making this again!
I made this with low carb tortillas, fat free soup and beans, and it turned out fantastic! You never would be able to guess its &quot;healthy&quot;. My mom is a diabetic so cutting carbs is essential in our house and this recipe will be used quite often from now on.
I made this recipe exactly as described. I was pleasantly surprised how much it really tastes like burritos. My husband loved it and said it is a "keeper". I always seem to have a couple of flour tortillas left after making burritos...now I can collect them in the freezer and save up for this recipe. Thanks for a great new dish.
I made this ONLY because it has so many great ratings. I expected it to be pretty good, and sounded really easy. It was REALLY GOOD, and sooo EASY. My husband, and all 4 of my children LOVED it. This will be a new regular meal around our house :)
Awesome and delicious! I did add a can of corn to the layers. Ummm was so good. Ate too much!
Very good. I made as is but will probably add rotel or salsa next time as I had more than a pound of beef and it was a little dry. Thanks for a quick and easy recipe!
A big hit w/ my DH! I used ground turkey & cream of onion instead of the mushroom & it was wonderful! Thanks for posting :-)
This was very delicious. Fun and easy to make. May try putting diced jalapenos in it next time.
Wonderful recipe! My whole family, including kids, loved it. I used corn tortillas and added a can of mild green chiles, but otherwise followed the recipe. Next time I'll double it, the leftovers were even better the next day.
This was so tasty! We added a can of corn and salsa to the bean/meat mixture. Very hearty and delicious!
Made it exactly like it said and it turned out awesome. A husband and 2 kids begged for more!
Creamy and very satisfying. We loved it!
This was very easy to make and the taste was wonderful. It has become one of my husband's most asked for dishes. I added a little more sour cream the second time to take away some of the mushroomy taste but overall it was excellent.
This recipe sounds wonderful...If you're even shorter on time then I've made a very similar version w/frozen burritos smothered in sour cream/cream of mushroom/ and lots of cheese. Bakes for about 35 minutes in 350 degree oven. Yum!
This was just great! The whole family loved it and it was easy and quick to make. I made it on a Wednesday, baked it on Friday, and it was tasty! Thanks!
Amazing even the people in my house hold who are sick of my burrito obsession were happy about it.
MMMM! Just made a fajita version of this and it was GREAT! I used some shredded chicken and added some bell peppers and olives a couple packages of fajita seasoning then follow the recipe as written thank you again for an amazing recipe.
It was great! Definately a keeper at our house. We made it just how the recipe called and I would not change a thing.
I keep trying 'casseroles' hoping to find one that DH would like a "repeat" on...YAH found it!!
This is terrific easy and tastey. 
I made a couple of adjustments to suit our tastes. I doubled the ground beef (knew DH would prefer more) when browning ground beef with onion I chopped up a couple of fresh jalapenos.
I did use hot salsa in between layers as you suggested.
When serving I sprinkled chopped fresh cilantro!!
Thank you for a wonderful recipe that will be made again and again!
This is great. I will definitely be making it again.
I had extra tortillas and hamburger so I thought I'd give this a try. Unfortunately this casserole just did not taste that good to me or my family. That may well be because of the taco seasoning mix (McCormick) I used. I am always reluctant to use canned soup or seasoning mixes...it just tasted too salty with too much of an "off" taste.
This was very good and my family enjoyed it. I followed the directions to the "T" and was happy with the results.<br/><br/>Made again 10/14/10- once again everyone loved it. After 2 layers I put tortillas & more cheese on top. I think next time I might make 1 1/2 the recipe so I can make 3 layers.
Everyone that eats this loves it. Thanks for posting!
I can't add much more than the other reviewers but this turned out better than expected and we will definitely be adding this to the menu!!
Very good! I added 1 can diced tomatoes and chilies for a little more spice. I think next time I may add some chopped black olives on top of the cheese layers.
It was missing something to be a good recipe...corn? Tomatoes? Olives? Just needed too many things to save. It was pretty bland.
FANTASTIC!!!!!! Only thing I did was add some olives. Everyone raved about how good it was. This deserves 20 stars....
Absolutely delicious. This is how I prepared this recipe: I greased a 9X13 baking dish with Crisco. I used 1 1/2 lbs. of ground beef instead of 1 lb. Since this is a layered recipe (you will be making two layers), the extra 1/2 lb. worked great. I added a can of Rotel tomatoes with chilies (undrained) into the cooked beef mixture and I used cream of chicken instead of mushroom. I made my own taco seasoning (recipe 25449 from this site is terrific). I always double the taco seasoning recipe even for just 1 lb. of ground beef but you can experiment and decide what is best for your family. I am convinced that when it comes to packaged taco seasonings, your recipe will only be as good as the brand of seasonings you choose because some of them are so strong (not heat) that the flavor is overpowering and that can be all you taste. This includes those layered taco dips too. I followed the recipe exactly regarding the remaining ingredients. I thought the ground beef mixture with the onions, seasoning and refried beans was too thick so I added some water to the skillet and stirred it around till it was the right consistency. Give this recipe a try, it is delicious. I served this with spanish rice, warm tortilla chips, sour cream etc... Enjoy!!
I thought this was ok. My husband liked it and the kids ate it ok, but I really didn't care much for it. I couldn't get past the mushroom soup in a mexican dish, and it was kind of bland.
I followed the recipe exactly (didn't use hot sauce) It was wonderful. Very good flavor. Thanks for sharing.
This was really good. I made it for a large group so I used a lasagna pan which is deeper. I added a layer of Spanish Rice (Recipe #17126) as the very bottom layer and I made my own refried beans (Recipe #10614). It was wonderful and everyone loved it! I will definitely make this again!!
Very tasty. I do agree with those below re: adding rotel and possibly some cilantro. I'll try that next time!
Great recipe, thanks so much! My mom made it for us a few nights ago, she also added a can of diced tomatoes which I think added a lot. One tip for those that are breastfeeding, this will make your baby very gassy (I'm sure it's the beans) so may want to hold off for a bit. ;)
This tasted great and it was so easy to put together. Thank you!
Loved this casserole. I will use this recipe again and again. Thank you!
I followed the recipe, but added cumin, coriander and a can of green chilies, then I used no fat greek yogurt vs sour cream. My boys loved it!
While this isn't "bad", it was nothing overly special for us either. We probably won't make it again cuz it didn't wow us like I thought it would. I'd rather just make bean burritos....less work and quicker.
This was as good as I expected it to be given all the wonderful reviews. I did make some substitutions even though I usually like to make a recipe as written the first time. I used one of Campbell's new Mexican style cream soups in place of the cream of mushroom (I think it was the pepper jack variety I used) and I added a can of Rotel tomatoes to the meat/bean mixture. Otherwise, I followed the recipe exactly. I didn't add hot sauce because the soup and tomatoes provided enough for our tastes. Thanks for a very easy recipe that I'll definitely make again!
This is one of the easiest things to make. I make it with ground turkey. Sometimes, if I want to change the flavor a little bit (especially when it's just the grown-ups eating) I will use Turkey Sausage (recipe #142364) instead of just ground turkey. Good stuff!
This was so easy and delicious.
Not really much of a burrito, but still pretty good. I omitted the refried beans and went with double the meat. I also used Fiesta Nacho Cheese soup (Campbell's) instead of cream of mushroom. I also tossed some black olives on top and served with lettuce and sour cream. Will make this again. This also seems like something that you could prep ahead and just toss it in the oven whenever you're ready to heat it up to eat.
very good! added franks red hot. used tomato and basil tortillas..only needed 2 for each layer. we enjoyed this!
One of my familys every-other-week meal. Pretty tasty
Made this for our small group. I didn't have cream of mushroom so i actually used the Cambells nacho fiesta cheese instead. So i used more sour cream to keep it creamy. Everyone loved it. I did also add a can of rotel tomatoes on top of the meat/bean mixture.
Well, now I know why this recipe has over 200 ratings and is still at 4.5 stars! This dish is GREAT! I used Cream of Chicken soup and added a 4 oz can of chopped green chilies, otherwise followed the recipe exactly. Everyone, including my 14 month old identical twin granddaughters loved this meal! This will be a regular in our house for sure!
Made this dish tonight and got a HUGE 5 star rating from my husband and son. After reading some reviews I just had to add a can of Rotel tomatoes with green chilies with the ground beef mixture. That gave it just the right blend of spice and juiciness. Served it with chopped lettuce and thin sliced radishes and sliced avacado. Yum, YumYum!
YUMMY.. I didn't know if I would like it because of the Mushroom soup. But it really gave t great flavor. Thanks:)
This was as good as I expected it to be. Next time I think I will take someones suggestion and use the Campbell's Mexican soup instead of Cream of Mushroom. I also froze half of it, since there are just three of us and am looking forward to see how that comes out. Very easy!!
AWESOME and so very easy to make. I usedfat-free refried beans and low fat sour cream. When serving topped with salsa and my husband added peppers. Really yummy and not very spicy...will definately make again.
It was good, reminded me of the Mexican Pizza at Taco Bell. I put black olives on top.
I am a cook at a head start and I made this for the kiddos. simplified version though. No onions or sour cream. I added spanish rice to the mix and they LOVED it! It's so good. I am making it again today and were going to try chicken instead of beef. Thanks! :)
This recipe was good but not a favorite of mine. (In all fairness, I'm currently pregnant and even my favorites sometimes don't please me!) I used wheat tortillas and I think I used too many of them since I had a ton that I didn't want to use for sandwiches anymore. I will try this again because the recipe just *sounds* so good but I'll follow the recipe a bit more closely and only use 6 tortillas and see what happens. I may also cut down on the refried beans as they're not a favorite of hubby's.
YUMMY. I even changed up some stuff: tony's, taco sauce, cumin, chili powder instead of taco seasoning;no onions and i used american cheese. It was great.
Yum yum yum! A very fast, very easy, and delicious recipe. We cut the recipe in half and omitted the beans. I only used two tortillas, but will use three next time. Accidently overcooked but still tasted great! We topped ours with shredded lettuce, tomato, and black olives. Next time we may try adding the Rotel tomatoes in before cooking.
The whole family loved it...came back for seconds!!!
DELICIOUS!!! I just made this a second time and will be making it many more. I make it as written but to garnish I sprinkle on sliced black olives, taco sauce, shredded lettuce and a little dab of sour cream!
We love dthis. Used lowfat ingredients and turned out great.
great dish! only changes i made were that i used black beans as i didnt have any refried, added 3/4cup of frozen corn, and instead of hot sauce i put in a layer of medium salsa...mmm... delish!
I love this casserole! I use cheddar cheese soup, and add a can of Rotel, sliced fresh mushrooms, and 1/2 can black olives. I add a dollop of sour cream to the top of each piece I serve as well. Also, to make things easier on myself, I don't use as many layers. I put down the ripped up tortilla shells. Throw everything else in, then more tortilla shells and top with shredded cheese. This is much easier! My boyfriend LOVES when I make this!
I agree with a select few. Mine came out very salty and very dry. I think you need to add water to the meat mixture to loosen it up some. if not, it turns into a thick paste. Others recommend using a taco seasoning mix from this website. I would concur with them, b/c the package I used was very salt. (I also used Cream of Celery soup, per other reviews. Don't know if that made a difference or not, but I don't see why it would)
Our whole family enjoyed this, and there are 10 of us with extended family. Really, really good and easy!
This is AWESOME! Super easy and inexpensive! My DH has already asked when I'm gonna make it again! Thanks for a recipe that I will use over and over again!
My family and I loved this easy to prepare casserole. I didn't use any hot sauce because of my kids tender mouths and the flavor was still very good. This has that indescribable cheesy, creamy, comfort food yum going on. Thanks TXHomemaker, for posting a recipe that we all enjoyed.
We really enjoyed this casserole. Usually the tortillas get soggy in this type of casserole and we don&#039;t enjoy it then, but I think by breaking up the tortillas instead of leaving them whole we didn&#039;t notice it as much. I made the whole recipe even though there are only 3 of us and we enjoyed it for leftovers too.
This casserole is almost like a lasagna with the way the sauce and tortillas are layered. Like many other reviewers have already suggested, I added some diced tomatoes to the ground meat mixture (we used turkey) and used a cheese soup in place of the cream of mushroom soup. The results were delicious.
This was really good. I only had a 32 oz. can of refried beans, and about 1/2 the cheese, and no sour cream, and I didn't have mushroom soup....so I replaced the sour cream with cottage cheese, and I did add a can of rotel, and some ground up spinach, and for the soup used recipe #25653. Everybody loved it. I am having some for breakfast.
taste delicious...
Add me to the list of excellent recipe reviews. I substituted ground soy for the hamburger. Followed the recipe until the topping. I put some salsa on top then the shredded cheese. Wonderful recipe. I'll be making this again.
Easy to make, I haven't tried it yet but it looks great! Waiting to surprise my husband when he gets home!! Hope it's a winner.
I really, REALLY liked this! The soup mixture is what really made it for me. Pretty much followed the recipe as written, just subbed plain greek yogurt for about 1/2 the sour cream (only because I didn&#039;t have enough sour cream). Since this was my favorite part...it certainly didn&#039;t affect the recipe badly ;-) I always buy fat-free refried beans, so that&#039;s what I used. And, just to keep the calories down a bit, only used 5 tortillas instead of 6. When I make again, might try it with 4 - don&#039;t think it would make a noticeable difference. Also, we just added some chopped cilantro to the top when serving. YUMMO!! Definitely keeping in the rotation!
This recipe was outstanding! We left out the refried beans (just because we didn't have any in the house) and it was still great! DF was asked for the recipe at work and the next day coworkers were eating it. I will definitely make again!
This was delicious! I used ground deer meat and a little hot sauce (ran out), and it was absolutely delicious. I thought three tortillas was a lot, so I only used two for each layer, but next time I will definitely use three!! thanks for posting!
Delicious! I added 1 can of Rotel to the meat layer. Will make this one again!
5-stars all the way. I used 1-1/2 pounds of ground sirloin and added a can of undrained Rotel tomatoes after browning the beef, onions, and adding the Taco seasoning. I then refrigerated this mixture until the next day when I assembled the casserole. I also used cream of chicken soup with the sour cream and a bit of milk to thin it out. Served this to company and they absolutely raved about it. Everyone had "seconds' and just a little was left over. Most amazing flavor, easy to make, festive, and definitely will be making time and time again. Thank you.
This casserole is delish!! I've made it twice for my family. We have renamed it "Mexican Lasagna. It is also a great leftover meal for lunch. I took the suggestions of some of the other post and used Cream of Chicken soup instead of Mushroom. I also added black olives. I used only one pack of taco seasoning, added a dash of chili powder, a pinch of garlic powder and about a half a cup of Pace picante sauce to the hamburger mixture. You can pretty much add what you like to this recipe. I did not use as many tortillas as it called for, ita feel thing. You kinda just know how much to use.
This is a "yummy yummy in your tummy" casserole! I took it for lunch today and everyone asked about it. They were so jealous! Thanks for sharing TXH. :)
Very good and quick for a work night. I did double the sauce recipe tho'. Thanks for sharing.
Followed recipe as written, but used cheddar cheese soup, just sounded like it would go better with a mexican dish rather than the mushroom soup. I added cilantro and sliced olives, because I had them on hand from taco night earlier in the week. I used leftover taco meat which reduced the prep time to under 10 minutes. GREAT left-over make-over recipe. Served with corn chips, taco sauce and a dab of sour cream on top. My family LOVED it! They said it tasted like a Burrito Supreme. No one in the family will touch leftovers, so I have to get creative and reuse/disguise leftovers into a totally new meal, and this fit the bill! <br/>Just a side note about some of the comments regarding the overpowering taco seasoning flavor in the meat, when I prepare taco meat (either ground beef, ground turkey, or ground chicken, our personal favorite) I brown it and then add 1 (8 oz) can of tomato sauce, 8 oz water and the taco seasoning packet. Cook at a simmer for about 20 minutes or so, until the sauce thickens. The addition of the tomato sauce and water dilutes the taco seasoning flavor and seems to get rid of that overpowering taco seasoning taste so many reviewers have complained about.
My husband and I absolutely loved this dish. It was easy to make and was even terrific as leftovers. I could see using this as a basis for creating similar dishes with other meats or vegetables.
What a quick, tasty and filling dinner. I used ground turkey and added a bell pepper and jalapeno while cooking, used 4 tortillas and added some fresh salsa when layering. I'm looking forward to the leftovers. Thanks for posting.
I needed something quick for my daughter and I so I tried this recipe. I loved it and so did she. We added salsa dip and sour cream on the side and it was basically a burrito......delicious!! We will be eating this again:)
I realized after this was done that I forgot to add the refried beans! This gets 5 stars without, so I cant wait to try again with them.
I need to update! I made this again with Chipotle flavored refried beans and it was amazing! I went back to the store and bought a few cans of those beans just to keep on hand for this recipe. If you can find them, I highly recommend!!
Great recipe, results were picture perfect. And I like that there is no "funky stuff" in there... I'm more finicky that most people's kids LOL
Excellent. All 8 of us thoroughly enjoyed this quick flavorful meal. Bonus points for how easy the clean up! Thanks so much for sharing your recipe Its one we will frequently make.
Thought this was a great and simple meal
Wow! This was so much more than I thought it would be. Flavor was amazing, easy to put together, easy to cleanup while cooking so most of the &quot;after&quot; mess was cleaned before we sat down. I split this into two smaller casserole type dishes, used one tortilla cut up in small pieces as a lower layer, even though I had pieces of dry tortilla on top of dry tortilla, the time in the oven merged everything together nicely! I used the mushroom soup as per the recipe, cut back the taqco seasoning (Old El Paso) a tad so it wasn&#039;t overpowering and cooked as per directed. I received rave reviews all the way around the table. There were 7 of us eating and from the youngest (6) to the oldest everyone loved it! I paired this spanish rice and tortilla chips on the side, lettuce, tomato on top. Thank you, thank you for posting this. We enjoyed and will make this on a regular basis. :D
This will be something I will make over & over! It is just some good cookin' that everyone in the family enjoyed! I added a can of hot Rotel tomatoes to the beef mixture.
This was delicious. Next time I think I will use a more flavorful soup and maybe some salsa. Great as is though!
Excellent recipe. Didn't change a thing.
Nice change of pace for dinner. The only thing I changed was I added a can of Rotel tomatoes w/ green chiles as suggested by other reviewers. Thanks :)
This was a good Monday night dinner! I used leftover taco meat for the ground beef and stale nacho flavored chips for the tortillas and added a can of mild rotel tomatoes. I only had poblano creamy soup, so I subbed that too LOL! My picky son had two helpings! Thanks for posting a quick, easy and tasty recipe!
This casserole is definitely something different that tastes GREAT! My family loves it but I can only make it every now and then or my crew will get tired of it. It pairs with a crisp salad very well.
This was AWESOME!!! I doubled the sauce and used Campbells Fiesta Nacho Cheese soup instead of Cream of Mushroom and used 2 packages of taco seasoning mix to 1 1/2 lbs. of ground turkey. My entire family loved it, even my dad who is a very picky eater. Thanks for a great recipe!!! :)
WE ARE IN LOVE WITH THIS!! I followed the recipe to a tee....just doubled this for the seven of us. I am proud to say that this is a def keeper in our household now!
This was great. I froze the leftovers in single serving containers and everyone has been loving them for quick lunches.
This was a big hit with DH. I did add rotel tomatoes as others suggested and used corn tortillas instead of flour.Leftovers were even better the next day. THANKS for an easy, winning recipe.
this was really good and easy to make. i did add olives and after we took it out of the oven i did put some chopped tomatoes on top. i really recomend the tomatoes.
Wonderful recipe! Tortilla was a bit soggy at first, but i think it needed to cool a little longer before eating. Tasted even better the next day!
I just LOVE this casserole! Not only was it easy to put together, it was so darn delicious! The tortillas soften up and become almost like dough/soft bread.
This dish is just so addictive...It's good when it's hot or room temperature.
WOW! This was sooo good. I didn't have any refried beans so I substituted black beans. I followed the rest of the recipe exactly. When it was put together I put some crushed corn chips on top to give it a little crunch and sprinkled some fresh cilantro. My whole family loved it! I will definitely have to put it in my rotation. Thanks for a great recipe!
My whole family loved it, the only complaint came from my son who said it was too spicy. I think he's just too wimpy. Very yummy.
Was looking for something fast and easy for dinner and this was perfect! I have to admit I used a different soup as I am not a huge cream of mushroom fan...I used the Campbells Fiesta Nacho Cheese soup. I was nervous because the meat and bean mixture seemed dry but when it came out of the oven the texture was perfect. Great weeknight dinner for busy moms!
This was a hit for lunch today. We had tacos for dinner last night and had a lot of leftover taco meat. It was nice to be able to use up the leftovers in this delicious, easy casserole. I used a combination of corn and flour tortillas. We will keep this recipe handy, thanks for sharing.
This is VERY YUMMY! I had a pound of ground beef and did a search of recipes that I could make with it. Up popped this recipe! Very easy and very good! And it was even better the next day for lunch!
While I was making this dish, I thought to myself that it was going to be gross with the sour cream/cream of mushroom combo but my family thought it was great! We would prefer to leave out the refried beans next time for stomach reasons.
Great recipe! Wanted to try something different and came across this recipe. I did add a can of Hot Rotel Tomatoes and a can of Fiesta mexican corn. Delicious. Will absolutely make this again.
Best Recipe Ever <3<br/>Easy, And Soooooo Much Flavor!!!<br/>Instead of Sour Cream I Used Cream Cheese.... Sooo Good,<br/>And I Used Half A Pouch Of La Victoria Taco Seasoning.
Great comfort casserole. My husband just loved it &amp; had 2 portions. Thank you for sharing a great recipe
outstanding......i make to the "T" the only thing i did for us is add a bit of garlic....and i used green onions but wow what a dish myk ids all loved it too
thank for sharing
I don't know what more I could possibly add to all of the reviews, but I found this dish fantastic. The only modifications I made were I used low fat cheese, fat free refried beans, fat free sour cream, fat free cream of mushroom soup, lean hamburger meat, and wheat tortillas. This dish sure did not taste like I used the fat free / low fat items listed above. Very simple ingredients and easy, quick instructions make this recipe a winner to me. I plan to try this with Kristen in Chicago's Crock Pot Picante Chicken ID#84486 in place of the hamburger for a different twist. Thanks TX Homemaker for sharing this yummy and affordable casserole.
New fave, I make it almost every week now. =D

Edit: My boyfriend noticed the mushroom pieces in the soup and decided he didn't care for them. So we've started making this with straight sour cream, and it turns out great.
Mmmm, I LOVE this casserole. It is so easy to throw together and so tasty. I usually use a little extra sour cream to make it a bit creamier. Last time I made this I froze one casserole and we just ate it the other night. I just had to cook it a bit longer but it still turned out great. Thanks!
This was awesome. My kids were skeptical while making it and they ended up loving it. Will do again without changing a thing. I didnt need 6 large tortillas though. Maybe 3.
We all really loved this recipe, made exactly as specified with the exception of adding a can of green chili for a little extra kick. We will be making this often!
Family loved this. Great weeknight quick meal or potluck addition.
Very good and easy. I substituted a ground meatless product and it worked out fine.
This casserole was AMAZING! My 3 boys are picky eaters & they loved it (without hot sauce of course.) We paired it with a salad & it was the perfect meal. Left overs for lunch the next day were just as good. Thank You so much for sharing!
This was great! I added a can of Rotel tomatoes and used nacho cheese soup. I'm sure it would be great as it is written, but I had these in my pantry and decided to give it a try. I will definitely make this one again. Thanks!
Didn't love this recipe..the taco seasoning was overpowering & probably should've added water or just used half. Possibly more meat or adding tomatoes would've taken away that fake taco taste?<br/>Also, the tortillas were mushy
Wonderful dish, I'll definitely make it again. I did make a couple changes. Had only corn tortillas in the house, but that was fine. Also, I ended up using shredded chicken instead of the beef. And, like a lot of others, I used Cream of Chicken. This one is going into the binder.
We all enjoyed this casserole. I used very lean ground round and low fat soup and 2% cheese. I had to sub black beans - I thought I had a can of refried beans, but I didn't. It worked okay, although I think the refried would be better. I used chipotle taco seasoning. The guys really liked this, will make again.
This is going into my 'Keeper' file. This needs to be a OAMC. Make it up ahead of time and freeze it in smaller pans. It was so delicious but so rich. I added a cup of hot salsa to the mixture instead of topping with hot sauce. As others stated I used the cream of chicken soup, too. I ate some leftovers for breakfast. Thank you very much for a delicious recipe. It surely does satisfy the cravings for Mexican food.
I've had this one in my cookbook for ages and decided to make this last night! I don't know why I waited so long to try it! This was so easy to make and I only had to purchase the can of refried beans. I did up the flavor ante by adding chopped fresh garlic to the ground beef and onion mixture, as well as oregano. I also threw in a chopped green pepper, and a can of diced green chilis. This kind of reminds me of one of the burittos you can get here in St. Cloud by a local Mexican restaurant. I will definately make this one again!
I started this dish thinking I had sour cream, but didn't. I decided to sub a half cup of FF half & half. I think the sour cream would have provided a better flavor, but the cream made the sauce very creamy and the caserole very moist. I think the next time I make this I will add a can of Rotel to the mean/bean mixture like other reviewers. We all thought this was good and I'll be making it again. Thanks!
This was pretty good, a little dry for me. Maybe I need to add more cheese next time. I did take the suggestion to use the Monterey Jack soup instead of the cream of mushroom. The overall taste was good, I just need to figure out how to get more moisture in it. Thanks for sharing.
I wouldn't say it was as wonderful as everyone else thought -but its easy and uses stuff I had on hand.
I followed the directions exact - added some green salsa and it was just ok.
There are far better Mexican casseroles.
me and Wife really enjoyed this! it tasted great, had the right amount of heat (added a bit of cayenne) and it was super easy to do!

Thank you.
This was so good and filling, even my son who is a picky eater liked this. I only used 4 flour tortillas and used a larger package of taco seasoning (we like more spices) I will definitely make this again. Thanks for posting!
I added hot sauce in the middle of the layers and thought it was great. Easy casserole and have a little left over for lunch tomorrow even though I made half a recipe.
I took this to a friend who had just had a newborn child...it was a hit! She and her husband loved it and so did we! We used cream of chicken as the Fiesta Nacho Cheese soup was not availabe in our store, and I also added the rotel tomatoes as other readers suggested. It was delicious! Thanks so much TXHomemaker, this one is great! It will definately be on my must have casserole list!
I made it. It's bland and the cream of mushroom soup makes no sense in a &quot;Mexican&quot; dish. Many adjustments would have to be made to make this a solid dish....notice all the reviews state they added a ton of stuff to make it good. The recipe as is isn't worth making.
WINNER! I made a double batch in a large (10x15) glass casserole for a church gathering and I think someone may have actually licked the pan. There was nothing left but residue (and not much of that). I look forward to playing around with this a little, including attempting to make a vegetarian version (onions, peppers, and diced tomatoes with the refried beans instead of meat). Thank you for sharing!
I will make this again however next time when I add the taco seasoning I will do so according to the instructions on the taco seasoning package adding the water as well. Also I served it topped with shredded lettuce and fresh chopped tomatoes. This was a very easy fast casserole and would be great served anytime even when hosting guests.
Wonderful recipe. We all loved it. Quick and easy too. I used corn tortillas because our daughter does not the flour type. I might try adding a layer of diced olives next time. Thanks for a keeper.
This was fantastic. My boyfriend has now begged me to put this on our regular dinner menu! The first time i made it i followed the recipe exactly. I felt that it wasnt saucy enough. So the next time I used two cans of the mushroom soup and also added a can of tomatoes in the meat mixture... i also used lean beef, light sour cream and light cheese to bring the fat content down a little. Thanks so much for posting this!!!!
This recipe was good, just that, just good. NOT like OMG good. But, is def easy.
Today is the second time I made this and is really delicious
My family LOVED this!! I added some diced tomatoes and shredded lettuce on top for our own tastes...But will definitely be making it again!!
just made this for supper and it tasted just like burritos you would get from a mexican restaurant. pretty good. made my own tortillas from an instant corn masa flour. added fresh mushrooms with meat and onions, plus i substituted cream of chicken soup for the cream of mushroom soup. also added a little badia complete seasoning (cuban spices) to meat mixture. everything else according to recipe, a little ortega taco sauce on top for a red sauce and wonderful. will make this again
I am just learning to cook and was able to sucessfully put together this delicious dish. It has quickly become one of my husbands favorites
Made this tonight for the Crew! Absolutely loved it! Thanks for an easy and delicious recipe!!!!
I made this with shredded chicken breast and corn tortillas (my son is allergic to gluten)and added a splash of sirracha sauce for a little kick. Was a hit with the family!
I made this last night and my daughter loved it. Which is great as she is really picky. I did take the advise and included Rotel tomatoes with green chilis and mexican style corn. I will definitely be making this again.
I changed this receipe alot based on what I had on hand. I'm giving it 5 stars because I don't think you can mess up this receipe by substituting. It's just that good. I used drained pork & beans instead of refried, used extra sour cream with dry onion soup mix instead of soup, added rotel to the meat mixture and spread salsa in the dish as sugested by other reviewers. I also used corn tortillas instead of flour. That made it taste like enchiladas. A great basic receipe. Thanks for posting.
EXCELLENT recipe! My hubbie just raved when he tasted it. You certainly have a winner here! I made it as posted, but did not have sour cream so I used softened cream cheese in it's place. It made a rich cheesy layer mixed with the soup. Thanks for a wonderful recipe.
Awesome! We all enjoyed it very much. I used Cream of Chicken soup instead of the Mushroom because it was what I had on hand but it was still great. Highly reccomend and can't wait to make it again!
I used ground beef for this recipe and cheddar cheese, we found it quite tasty but a little dry.
I'm going to make it again but add a can of chopped tomatoes to the beef/bean mixture.
Awesome! My daughters' favorite. I too use Rotel to make it easier to spread and slightly less thick.
This was very good and easy to make. I added the taco seasoning and some water to the meat and let it simmer for a while before adding the beans. I also added some Rotel tomatoes and taco sauce to each of the layers and it had a nice kick to it. Next time, I will probably cut way back on the amount of beans or leave them out altogether because it was a bit heavy for me. I plan on making this one on a regular basis. Thanks!
I made this with 2 lbs of beef and omited the hot sauce. Served with a side of spanish rice. It was delicious!
Really tasty dish that is a keeper. 1st time I made this I used cream of chicken soup instead of cream of mushroom and will echo previous reviews about the saltiness of this dish. 2nd time I used Healthy Choice soup and was pleased with the result. Also, used instant black beans(Fantastic Foods brand) instead of refried beans and really liked the richer flavor. Monterey Jack cheese was also a nice change the 2nd time around.
This was awesome! Already had a friend ask for the recipe when I was eating my leftovers for lunch. Only differences I did were to use cream of chicken soup (Mushroom and Mexican just don't go together in my mind.) and instead of packaged taco seasoning I made my own. Will definitely make this one again.
Great recipe! I added a thin layer of salsa as well and really enjoyed it.
This is wonderful when you want an easy and tasty casserole. I skipped the hot sauce. Thank you!
This was a hit with my family! The only thing is if your a texture person, the tortillas get a bit soggy so I would use corn next time.
HOLY COW!! My family flipped over this recipe! I don't think I've ever gotten more raves. Before we were even finished eating, there was argument as to who would eat the leftovers for lunch the next day. My stepson even requested the name of the website so they can make it at his house. With the exception of substituting cr. of chicken and adding some salsa, I did everything as written and cooked it in an deep oval casserole. Perfection!
Im from germany. I often cook recipes from recipezaar.com especially mexican food. But this is the very best mexican casserole ive ever made and tasted! Its just the best!
My picky family loved this which is surely saying something. I'm only giving it 4 stars because I'm personally not a fan of soggy tortillas but besides that, it was full of flavor. I will make it again since my family loved it so much. Thanks!
The whole family loved it. It tastes like one of those big, smothered burritos you get at a restaurant. Next time, I'll add black olives on top.
Amazing! Made it in a 9 X 13 pan. Used some frozen taco meat along with the fresh, so I had about a 1.5 lbs of meat. I did not add the onions until I added the seasoning and beans, Wanted a little crunch. Used an 8 oz container of sour cream, because I was cooking with wine and didn't read it right. Also used Cream of Chicken as hubby doesn't care for Cream of Mush...Came out superb! I will say I used 8 soft taco shells, just seemed like the right amount for coverage and I ended with a layer on top that I covered with cheese and chopped onions. A definite keeper. Thank you!
I made this several times, loved it.
This was absolutely delicious, the whole family enjoyed it. I added olives and corn the the recipe.
If I could give this more stars, I would. It was utterly delicious and comforting. I used low fat sour cream, healthy request soup and fat-free spicy refried beans. Also a jar of hot salsa with each layer because I wanted more heat. It will be made frequently. Thanks for a fantastic recipe.
This recipe is absolutely delicious and so very easy to put together. I leave out the refried beans- just a personal preference. Everyone who has tried it has loved it!
This was great! other than omitting the Hot Sauce, I made as directed. This was a hugh hit with the family. The leftovers were great for lunch the next day!
This was easy and very good! It was a hit for dinner. Thanks for sharing this recipe.
A very easy recipe to make and everyone loved it. I doubled everything except the refried beans and sadly there were no leftovers. I'm sure it will be requested again. Thanks for posting.
We loved it, not surprising though considering all the great reviews already here. Was looking for a simple recipe for things I had on hand and this was perfect. The prep and cook time was low and easy. My 7 year old daughter loved it and she begged to have it for leftovers the next night. The alterations I made was adding tomatoes to the meat/bean mix as I needed to use them. Instead of sour cream (I was out) I used yogurt, and cream of mushroom was substituted with cream of chicken soup. Great easy family recipe with stuff you probably already have on hand.
Great flavors, but turned out to be a gooey mess. It was better the second day re-heated, but I'd rather have this as an enchilada instead of a casserol.
Everybody loved this! I tweaked the recipe after reading some of the reviews. I used 1 1/2lbs of ground beef, 2 cans of refried beans, and a can of Rotel tomatoes with chilies. For the sauce, I used a can of Healthy Choice cream of chicken soup, and a can of Nacho Cheese soup, along with the sour cream. Used half of a pack of burrito mix and 1/2 cup water in my meat mixture. Served it with tortilla chips. This made enough to feed the 3 of us for days. It completely filled a 13 x 9 in baking dish.
Instead of the refried beans I used brown rice mixed with Rotel tomatoes. This was a killer meal. We devoured it!
Fantastic! Made it for the daycare kids and they loved it! When I make it for my family, will probably add some jalepenos to spice it up! So easy! Thanks:)
I made this last night & added sliced green olives, which was the only change I made to the recipe. Hubby and I loved it & I know I'll be making this again!! 
Great job, TXHomemaker!!!
wonderful and easy! Thanks, my whole family actually ate the same thing for dinner!
This was AMAZING! So flavorful, so creamy and just plain DELICIOUS. I have a house full of picky eaters and this dish was a true win with everyone!! Thanks so much for sharing. I took this to a Church pot luck and everyone enjoyed. THANKS
Very good and easy to make. Used Picante as hot sauce.
Very good. I substituted home made hot salsa for the jarred hot sauce a day low fat sour cream, cheese, soup and re-fried beans. Will definitely make this again.
I have made this a few times now and my family loves it. I took some to my mom and she's hooked too. Great, quick recipe. Thanks, Jacquie
The whole Fam LOVED it! My son came home from college tonight, and this is what I made. I served it with a dollop of sour cream on top, salsa on the side, and tortilla chips to scoop up everything. All I heard the entire time they were eating was "mmmmmmmm". That's music to a mom's ears...lol! And I like the fact that there's room to make adaptations. I thought maybe next time a layer of Mexican rice would be nice. Also, next time I'm going to take the advice from one cook who used one of Campbell's new Mexican style soups. Thanks for a great recipe that has been put into my "tried and true" Mexican cookbook!
Great! I didn't have refried beans, so i mashed a can of pinto beans and used instead. baked in a round casserole and cut like a deep dish pizza. will become a regular here. (kids ate it too!!)
I made this last night - WOW. Kids and hubby LOVED it. I made exactly as directed, but added some water to the beef/bean mixure so it would spread easier. Topped off with salsa and diced avacados. This is a keeper that has been given the stamp of approval by the family.
My family really liked this recipe, being from New Mexico, I will add green or Red chili next time...excellent recipe!
So easy and so delicious. Thanks
Casserole was off the hook!! Excellent recipe and thank you so much for sharing. My family loved it.
I made this for a family dinner get together. Half the family is vegetarian so I made two casseroles. I used a can of Worthington Vege-burger in one and followed the recipe. I made the other casserole with ground beef. They both turned out excellent. This is a fantastic recipe and I thank you, Kittencal, for sharing it, I can always count on your recipes being great. Keep on sharing OK?
I made this last night for the family, they all loved it. I will be definitely be making this again.
This was so good! I made it without the meat. I doubled the refried beans and added a whole jar of black bean and white corn salsa. I used a red onion instead of yellow. My family loved this one. Delicious! Thank you!
This was a hit! But I felt it needed a little extra. I topped it with some lettuce, tomato, fresh onion, salsa and sour cream. Bingo! Everyone at the Bible Study loved it with and without the extra toppings. It is different than your traditional mexican dish.
Because the workmen liked it (indeed one took home the recipe!), I am giving this four stars. Personally, the flavor was not distinctive enough. If I were to give it a second try, I would double the taco seasoning and/or put in some really kickin&#039; salsa.
What more can be said about this "Great" recipe.
I thought this was OK. I added a can of Rotel to the meat/bean mixture like others suggested, and I still didn't find it very spicy. Followed the recipe otherwise, using 98% FF cream of mush soup. DH & friends like this a lot; I used almost 3 cups of cheese too.
I added Rotel as some other reviewers suggested and this is fabulous. My granddaughter said it's the best thing she ever ate (and I'm a darned cook too lol)
It was a HIT with my family! I am surprised my kids ate it, so this one is a keeper! 8o)
This is so good! I can't say enough about it. I didn't change anything except I added an entire onion! It's so easy to make too! I used a 9x13 pan since nothing was listed.
Absolutely delicious. A nice treat for guest...I need to try it.
This was good and I will definitely make it again. I as many others substituted the cream of mushroom soup with cream of chicken. I added salsa in between the layers. I chopped up lettuce, tomatoes, olives, green onions for toppings once it came out of the oven.
Easy and delicious! My only change was using corn tortillas instead of flour, since this is what I had on hand, and it turned out so good, the whole family (including three toddlers) enjoyed it. Thanks!
This recipe was fantastic. I prepared this while my infant son was having a tantrum. It was so quick to prep that he didn't have to wait long for my attention. I added some sliced olives on the top of the casserole just because I am a fan of olives. Thank TXHomemaker for sharing this.
We loved this! Thank you so much! We used Kittencal's Taco Seasoning (#76616) for the taco seasoning packet. It had such wonderful flavor.
i was definately in casserole heaven. very delicious!
This was awesome! I made just a few changes to use up ingredients that I had on hand. I used cream of chicken soup instead of cream of mushroom soup. I also substituted Monterey Jack cheese for Cheddar cheese. I added a drained can of Ro-Tel tomatoes (as others suggested) to the meat mixture and pickled serrano peppers to the top! I am definitely adding this recipe to my regulars! Thanks!
Has anyone tried to make this in a smaller dish??, going to be making this tonite
Wonderful! I made this to recipe and our family LOVED it! We may add a can of green chiles as suggested next time to give it a little kick.
Everyone liked it, even my two year old. I added a layer of sliced olives witch gave it a little more flavor.
I must have done something wrong. Mine turned out gummy. I did use a generic cream of mushroom soup that was watery. I think that was it. Flavors were good tho.
Very good! Next time I will add olives, green chiles, and tomatoes. This time, I did put jalapenos in the middle layer on half, and that was really good.
The family enjoyed this! Easy, too. Used 3 cups of cheese, 8 regular-sized tortillas, and a can of organic mushroom soup. Didn't find the dish dry as some have commented. Didn't add salsa or rotel. You could, but definitely not necessary. Thanks for the recipe!
Very good! added the rotel & tomatoes & black olives--delicious! thanks for sharing
Followed the recipe exactly and wouldn't change a thing! This one is definitely going into my keeper file!
Wonderful! My Hubby who rarely says "really good" said it tonight for dinner. Thank you for sharing.
This was sooooo good!!! Real rich, creamy comfort food. I added a can of rotel tomatos (with liquid) to the bean/meat mixture, and used Campbell's fiesta nacho cheese soup. My fiance absolutely loved it, saying that I HAD to make it again and that it was way better then anything you could ever get from Taco Bell. THANKS!
i made this without the onion and cream of chicken soup instead of mushroom because i didn't have it. it turned out great and dh loved it! i will definetly make again. thanks!!!
Bravo on a good recipe. Made this last night for dinner and it was a hit. I especially loved how easy it was to put together. We aren't big fans of cream of mushroom, so I used cream of chicken soup instead. Worked great. I found it to be a bit too salty, so will probably use the Healthy Request Cream soup next time, to cut back on salt. My picky kids ate this right up. Will definetely be making this one again!
I enjoyed this creamy burrito casserole very much. I added 3/4 cup water to the taco seasoning pkt as noted on the bag. It made the mixture thin enough to combine. I wonder if that has been omitted by mistake. Otherwise, made it as written and enjoyed it a lot
i made this the other night and omg was it amasing!! i did add 1 can of rotel to the meat... my husband was also having band practice at the house and the guys devoured all of it!! will definately make again!
I just bought about 10 pounds of ground beef (YAY Costco!) in an effort to save money and do some make ahead meals, and I came across this and read ALL 446 reviews. I took everyone's comments (good and bad) into account and did minor substitutions. I subbed cream of chicken and mushroom soup for the mushroom soup (I love both, but took other people's opinions into account) and added a can of Rotel to the beef/onion/bean mixture. I grilled 2 soft taco sized tortillas (because others said the tortillas turned out a bit uncooked tasting) and layered in an 8x8" pan. This recipe filled it to the brim perfectly! I have it in the freezer right now for dinner next week, but I had just a little bit of each layer left over so I made an actual burrito with it and it is AMAZING! I'll have to review again after I thaw and cook the casserole itself, but definitely already a five star flavor! I could also see adding a can of green enchilada sauce to give it a slightly different flavor. Thanks for your recipe TX! ~ Update! I just baked this and I think I would change this and put it over rice before I bake it. Excellent flavor!
Very well received week night supper. Everyone had seconds and the guys took some for next days lunch. The only addition I made, was to add a can of tomato soup to the meat mixture and everyone topped it with salsa to their own liking. Will definatly make this again. Thanks!
I made this with corn tortillas as I didn't have flour tortillas. I also added about 3/4 Cup of water to the meat when I added the taco seasoning and let that simmer for about 5 minutes before I added the refried beans. After topping off the casserole with the cheese, I also tossed on some black olives and covered and baked for 20 minutes, then removed the cover and baked 5 more minutes. It turned out perfect. Some reviewers mentioned adding Rotel tomatoes but I didn't and I worried that I might regret that, but it turned out perfect. I served with some salsa on the side and it was great.
I also added a layer of diced canned tomatoes and a layer of black beans. I left out the meat--- and it was still great.
Wow- this was a good as everyone said- i made the same adjustments most people made- i seasoned the beef with salsa, peppers, onions and tomato sauce so it wouldn't be dry, i toasted the tortillas in the oven before layering and i used cream of chicken instead of cream of mushroom- it was delicious!!! I've made it twice already!
Thanks for sharing such an easy, yummy dinner- a keep for me too!
Very tasty, creamy, and easy! I used one pound of ground turkey, one can of fat free vegetarian refried beans, and cream of mushroom with garlic soup. I baked it for 30 minutes and it was absolutely delicious. Who said food has to be complicated to be yummy? I am looking forward to leftovers! Thanks, TX Homemaker!
I used cream of chicken soup instead of the mushroom soup. I added a layer of salsa on top of the first layer of cheese. It was outstanding!
Yuck. I made this in great anticipation. Double yuck. I used Ol'ElPaso Taco seasoning and followed the recipe to a t. I added water to the beef and bean mixture and it still had a goopy, fake taco flavor. Way overpowering. Bummer, I need to find a good recipe to cook for a good friend and this is not it.
This was good but if you want great...... Add Pace Picante Sauce (hot or mild) to the meat and bean mix. If you are cooking for less than 12 people, add half a bag taco seasoning. Also, put some black olives on the cheese.
I have made this for my family twice now because they LOVED IT so much they asked for it again the next week! It's really hard for me to make a dinner that all four of my kids will eat. But they ALL ate this without complaints. It was all yums! And it's so easy and inexpensive to make too! Thanks for posting this recipe!
Super Good!! Splendid! Top Grade! OMG.
It was great! Me and my friend made at her house and everyone loved it;-] But I would say less beans!
This was a huge hit! I followed some of the other suggestions and added a drained can of Rotel to the meat mixture and Fiesta Nacho soup instead of Cream of Mushroom, and it was great! I'll make it again but next time I might use HOT Rotel instead of original for a little heat. I used Hot Pace Picante Sauce but didn't find it to be hot enough. No complaints about this recipe though! It's delicious!!
We made this tonight, and it was as good as billed. I used ground turkey which was very good. I also used the cream of mushroom soup because our store didn't have the Campbell's Mexican soups recommended by others. I did mix in the salsa with the sour cream and soup. I think that was a wonderful change that really added to the dish. We will definitely make this again.
OH WOW! This was amazing. Was looking for something new to do with hamburger and stumbled upon this. Cheap, easy and delicious. I left out the can of mushroom soup and mixed the sour cream with Lipton Onion Soup Mix. Delicious!
So easy to make :] if you have kids or mild tastebuds let my version has no spice and is still very flavorful and extra kid friendly. I used a pound and a half of hamburger some season salt and pepper to season and slightly less onion then the recipe calls for and used lowrys taco seasoning and a can and a half of beans. Did everything else according to recipe but did use 4 cups of pre grated mexican blend cheese divided by 2 cups and 2 cus my house loves cheese. This was so delicious ad easy I paired it with istant spanish rice/pasta mix
Subbed cream of cellery, (hate mushrooms), and low carb burritos. This was fabulous. and with these subs fits into the South Beach Diet. I am saving this and will definatly be making again.
This is a wonderful recipe! I followed the recipe other than a few minor things I added. I used a can on Rotel tomatoes with lime juice and cilantro, I added some monterey jack cheese, and I sprinkled the top with green onions. It was so tasty! I think next time I will like to try another type of soup and see how it turns out. Thanks for this tasty recipe!!
Mmmmm good. This was very easy and fast to put together, I used 4 tortillas, that's all I had and I put some of my homemade salsa in the middle. Thanks for the great recipe. I will be making it often.
This was really good & my family loved it! The only thing i did different was i drained a can of diced tomatos & added to the meat because i forgot refried beans. I then took the tomato juice & added water to make 2 cups & added some taco seasoning & cooked a cup of rice in it & layered with the beef...was really good but still want to make w/ the beans!
Thanks a billion for this easy recipe! <br/>My kids loved it. <br/>I will recommend this to others
Didn't really care for the mushroom soup in this recipe.
Yum! This was easy to make, even with my few alterations. I used chips in place of tortillas since I didn't want to run to the store. Also used black beans and cream of chicken soup. It was easy to make and delicious!!
Amazing!
This was great. My husband wasn't the biggest fan of the cream of mushroom in it but I thought it was great.
Well..I'm always looking for something..quick and delicious..and I could tell from reading the recipe..it was going to be just that.. Now my guy wants it for the 2nd times this week. LOVE IT
Good and very easy. Thanks for posting!
This was so good...a keeper!! If you like things with taco seasoning and casseroles then this is a must try!!
Fantastic!! It tastes just like something you would buy at taco bell.
This was a great recipe. My son had five helpings! I forgot to buy some refried beans, so I drained and blended a can of pinto beans and threw in a can of drained black beans. The boys didn't know it had cream of mushroom soup in it. This has become a favorite for us.
Quick, easy and yummy!
Yum!! This was so good and so easy. I changed a few things, but most of it was the same. Thank you!!
Excellent. I used 4 10-inch tortillas and added 1/2 cup salsa to the meat and bean mixture. It was messy; probably would hold up better when you serve it if made without the extra salsa.
Great meal!!!! I added buffalo ranch, an hot sauce with the sauce mixture. Lots of cheese with olives on top. Yummy
I made this in a 9"x13" pan, using a little more of the ingredients than specified. It came out great, although the bottom layer of burrito was a little hard to slice through. I replaced the sour cream with plain, non-fat, yogurt and also used salsa and regular kidney beans instead of the refried beans. Thanks for a great and very versatile recipe:)
Very good. A bit on the salty side for me but very good. Next time I'll use some low sodium ingredients and I'm sure it'll be just fine. Freezes well also.
Made a healthier version with whole wheat tortillas, turkey, fat-free refried beans, low-fat sour cream, less cheese & low-sodium soup. Easy and tasty.
I was apprehensive - campbell's soup with refried beans mixed in? Hmmmm... We made it and everyone liked it - we had company and left over THANSKGIVING TURKEY. It was great. A great use and much different spin on left over turkey. We put Rotel tomatoes and fresh Cilantro in between the layers. (I also used home made taco seasoning from this site). We also let it setup for about 5 min after taking it out of the oven. Dinner was quick and readily assembled. It was good. Everyone had seconds. We topped it with more tomatoes, sour cream and cilantro.
We all loved it and it was very easy to put together. Everyone in the family --all 6 -- said it was a keeper.

Thanks for a great quick and easy recipe.
Very good! I used low fat versions of everything and it was wonderful. My husband loved this and he said it was just as good as leftovers in his lunch the next day. Thank you for posting!
We really enjoyed this tonight. While making it I was concerned because there seemed like ther should be more to it. I didn't want to change the recipe, so I made as stated. It was terrific. Next time I make it I wil make it in a smaller casserole dish (I used a 9 by 13 this time) so there can be more layers. I also will add some rotel as others have done and see what we think. I feel like this is a dish you could play with and sitll have great results. Thanks. I paired this will simple spanish rice.
What a great dish! My husband and I both loved it and I will definitely be making it again. I had intended to have it two nights -- one as leftovers. Unfortunately, there was not enough left for that! Proof of a good recipe in this house! Thanks for sharing!
Oh man was this good!! The only thing I'll do differently next time is add black olives. I realized I didn't have refried beans so I made some using black beans but it was still really good.
Woooonderful! I haven't had great luck with mexican style casseroles in the past. This one was fantastic! Everyone in the family ate it right up. I will definately make this again.
Thanks for a great recipe TXHomemaker!
Our whole family loved it. It has a better taste with mexican style refried beans.
My boyfriend ate it 3 days in a row! I definitely suggest using the hot sauce, it just adds flavor! Also serve with NACHO DORITOS. Amazing.
NancyB, very good receipe. Followed the directions to a T and worked out great , enough for two meals. I'll add some rotel to the next batch........
thanks again for this fast and v good meal......
We've made this about a million times now, it's our favorite!
This is a winner!! My boyfriend, son, and son's friend all came back for seconds of this dish. :) Next time I will make double, and freeze some!
i found recipe. hubby cooked it. (perfect situation) he said it was super easy to pull together. we just got done eating it and it's a hit! made recipe exactly as described except used cream of chicken.
My DH and I liked this once I spiced it up (as suggested) with hot sauce and sliced jalapenos. I baked a few spoonfulls in a mini-meatloaf pan without the spicy stuff for my 4 year-old daughter, and she thought it was just OK. The overall consistancy was kind of mushy and nobody wanted the leftovers- I think we might like some crispy tortilla chips or something on top to give it more texture. I might make it again sometime... thanks for sharing!
Major!! This was so crazy-delicious, I can&#039;t even tell you! We followed some other reviewers advice and added some Pace Picante sauce to the meat and bean mixture, but otherwise followed the recipe exactly! It was so easy too-really inexpensive ingredients coming together really quickly to make this extravaganza of hearty, cheesy, creamy, burrito goodness--mmmm! What a fabulously tasty and simple MONDAY(!) night dinner! Thank you so much!
it was a hit!! i topped it off with lettuce, sour cream, taco sauce, and fritos! was delicious even without the toppings that i added....it was just a preference for my kids.
You guys have to try this! Very similar to making a lasagna only this tastes just like a burrito. I put my spin on it and added black olives about 5 minutes before completely taking it out of the oven and chopped cherry tomatoes right before serving. The taco seasoning didn&#039;t quite have enough flavor so I ended up using more of my own. I highly recommend choosing a good taco seasoning brand as it will make a difference.
This was awesome. I made this for six people, most of the teenage boys, and they loved it. Everyone came back for seconds and thirds. There was none left for the next day.
This is a great, cheap and easy recipe. It made my month planning for our family of five a synch. It tastes great and is filling too.... I didn't have flour tortillas, but I had corn, so I used those and it added a great taste and texture. Thank you for this tasty casserole recipe!
DELICOUS. Kids were cautious about eating it at first but once the first bite was took the plates were clean.
Mmm, good! Everyone in my family loved this- even my 6 yr-old, who is pretty picky. My husband gave it the ultimate compliment when he told me it's one he would like me to make again. I followed other reviewers' suggestions and used Fiesta Nacho Cheese soup instead of cream of mushroom, I added picante sauce to the bean/hamburger mix and I only used 4 tortillas, which I laid in the dish whole, rather than tore up. I'll be making this again!!! Thanks for a great recipe!
we really liked this. thanks for posting
With 421 prior reviews, why did it take me this long to make this? It is just delicious. I followed your specs to a T, using 3 cups of cheese and judiciously added some hot sauce. Thank you so much for sharing this recipe!
Maybe it's because we live in Texas, but I made this recipe for my boyfriend who likes 95% of what I cook, and his friend, and they didn't really care for it. I thought it was pretty bland and I guess I like healthier fare.
Good to bring to pot luck dinners. Way to filling and too much for 1 dinner to feed a family.
I made this exact(almost) recipe before even seeing this website. I just came across it tonight looking for beef recipes. The ONLY thing I did different was added 1/4 cup cornmeal to the meat after I browned it and didn't drain it.<br/>Excellent dish.
All I can say is AWESOME! I added one can of green chilies, a small can of sliced black olives and one can of Rotel! My entire family thanks you!
I found this recipe to be ery easy to prepare and yummy to eat. The only thing I changes was that I used green onions/scallions vs. yellow onions. Will definately make this again. Thx 4 sharing =)
I made this for my guys birthday last week. I did change a few things so I could use up what I had on hand at home. First I took 3 bone in skin on chicken breasts and parboiled them. After they were done I removed the meat and shredded it. I then used the fat free "hot" beans added the rotel tomatoes . The main thing I changed was I used TOMATO SOUP in place of the cream of mushroom. This is a real keeper in our house. Even my teenage daughter had a second helping.
I really liked the simplicity and the flavor, but I had a problem with texture. The tortillas were a little soggy, especially for reheating. No es bueno. If I can figure out a way to overcome that, I'd make this again.
Fabulous and easy. A hit with our entire (sometimes picky) family!
i read that this was mushy so when I make it I am going to break up tortilla chips to use instead of flour tortillas. I am also going to use black beans instead of the refried beans and perhaps a can of corn. I am also going to put a layer of salsa somewhere in this.
Dynamite!! I made it in an 8 x 8 and a loaf pan. First night we broke into the 8 x 8 (with leftovers that I froze) The loaf pan went with DH while he housesat for a friend. He ended up eating it for dinner 2 times and lunch as well because he enjoyed it so much.

Obviously a keeper :-)) Thanks!
My boyfriend and I ate this tonight along with our Cinco de Maya celebration meal. I wasn't really impressed with this at all., especially after reading all the reviews. I found it salty but otherwise not that flavorful. Probabley won't be making this again :(
My family really enjoyed this casserole. I used cream of chicken soup as some reviewers had suggested. I added some chunky salsa to the first layer. One pound of ground beef wasn't enough for my casserole dish, so next time I'm going to use 1 1/2 pounds of meat.
Wonderful, I will make this agian!
WOW!!!!! Another wonderful recipe that everyone loved. These are few and far between in my house. I did make a few changes though....I used black beans and corn instead of the refried beans and added a can of rotel. I made a 13x9 dish and it was gone. Good thing i made an extra one for the freezer. I will update and let yall know how it comes out from the freezer. I will make this over and over again.
YUM!! I made this last night and am so excited to share my thoughts this morning. We all thought this was really good. I used cream of chix, since my hubby doesn't like mushrooms. I used ground beef, but can easily see that ground turk or chix would work just as well. I only used two tortillas, one torn up between each level. I think I will maybe do 1.5 on each level next time. We ate partially with forks and Tostitos scoops. YUM!! Thank you for sharing this - I'm looking forward to making this many more times!!
Great Dish!!! I took this to my office and within 15 mins it was all gone!!
Terrific, I added tomatoes & Black beans to the meat mixture.
Also used cream of chicken healthy request soup.
Wonderful recipe! Thanks for sharing.
I like to try recipes for weekday meals with ingredients I have on hand most of the time. This is a good one. I used 1 1/2 pounds of ground turkey,1 med. onion chopped, I added one can of Rotel tomatoes & one small can of green chiles to the meat after it was browned & drained. With the cheese sprinkled on top I also sprinkled a small can of sliced black olives, some chopped green onions & about 2 tablespoons chopped cilantro.
I made this tonight. It was great. I used hot sauce before the cheese. It gave it the perfect amount of spice. I also added olives. It reminded me of a burriito supreme from Taco Bell but better. I will most definitely be making this again.
This casserole was pretty tasty-I forgot to add the taco seasoning and it was still good. I did add the rotel tomatoes/green chiles and some sliced black olives to the meat mixture. I do think it would benefit from something crunchy-maybe a bit of raw onion on top or crushed tortilla chips.
Made this for my college roommates and everyone loved it!
The family loved it! I made this with cream of chicken once and cream of mushroom the next time. My family prefers to use reduced sodium cream of chicken instead of mushroom. I also added 1 tsp of cajun seasoning. Delicious!
THIS WAS AWESOME!!!! I took some suggestiona and used campbell's nacho fiesta soup instead of the mushroom, and I threw in a can of rotel and a black olives!!! We were so full from overeating!!! Will be making weekly! Thanks for the awesome recipe.
This was very good!! I will be making this one again. The whole family gobbled it up. I did use hot, hot sauce to spice it up and it was plently spicey for us. Thanks for a great recipe!
So good and easy! I added a can of diced tomatoes and that is a must! Thanks for sharing
Very Tasty!
Made this for dinner last night and everyone loved it! My 17 yr old daughter said this was her new favorite dish. I used the Rotel (original) in the meat mixture like others suggested and only used about half the liquid in the can. We do not like things too spicy so the orignial gave it just enough kick. Was very happy that I was able to make a low fat version and still enjoy the great taste of it. Used 93/7 lean meat, low fat cream of chicken soup, 2% colby jack cheese, low fat sour cream and only needed about 3 or 4 regular size tortillas. Great recipe! Thank you.
My boyfriend loved it! I thought it was good, but next time I think I'll add the Rotel tomatoes to give it a little somethin' more.
Yum! Super easy too. The only change I made was adding a little enchilada sauce over each meat layer. I cut the tortillas in 1/3's and layered like a lasagna. Will make this again. Thanks for sharing.
Have known about this recipe for years, but did not try until half a dozen nephews (and their families) blew in for the Fourth of July. Doubled ingredients for a 13 x 9-inch pan. Coated baking pan with cooking spray, then brushed with melted butter and put down an overlapping layer of flour tortillas. Then spread the seasoned hamburger and bean mixture in the pan, and topped that with shredded Cheddar cheese and a layer of roasted, peeled green chiles. A final layer of flour tortillas went on top, brushed with more butter. Baked the casserole at 400 degrees F. for 20 to 30 minutes (watch to avoid burning). Stirred remaining ingredients separately in a small pan over medium until hot, and served with a gravy ladle. Casserole thus comes out crunchy-crisp, just like any burrito. Shredded lettuce, chopped tomatoes, olives, sliced onion, and more salsa round out the meal. In less than an hour, dinner was on the table and served six hungry teenagers. OAMC fans, this dish freezes beautifully before baking. What a hit
YUMM! This dish is so good and very easy to make! I used ground turkey, fat free cream of mushroom and it turned out great. Next time I might add green chiles to the meat mixture. Thanks for a great recipe:]
We used a can of Bush's fiesta beans~black beans with niblet corn and a touch of heat~instead of refried beans, cream of mushroom soup with roasted garlic because it was in the pantry and Colby Jack cheese. I make my own taco seasoning and used 1Tbsp. It was S--O good!!! Next time I'm going to sub cooked rice for the tortillas, they get so soggy. Think I'm going to double the recipe and put half in a toss it lasagne size pan to put in the freezer,too. I'll put it in the fridge the night before I plan to serve it to cut down on baking time. I haven't tried ground chicken or turkey but either should work just as well as the ground chuck.
I love this recipe. It's definatly a regular at our house. My picky one year old eats it so good. I use 16 oz of sour cream instead, because it tastes creamier that way. And I only use the taco bell taco seasoning. I didn't much care for any other one. LOVE the recipe. Thanks.
Forgot to review this. I think I made this back in Feb. 2008. My fiance loved it!
Did I do something wrong... I thot I followed the directions but the tortillas tasted like raw dough and the cheese on top was hard not melted.. I did us the taco cheese.. The flavor was wonderful and I didn't really want to waste all that food... Believe it or not I turned it over into a dish.. I only had clam chowder so i put some of that into the bottom, crumbled tostada chips on top of that... then i picked off all the white flour tortillas and put the next layer of meat and cheese on the chips. then some more clam chowder and threw out the white tortillas and put the rest of the ingredients on top. I took a big spoonful on a dish and nuked it... AND I LOVED IT. I will make it again with the chips.
I didn't really enjoy this too much, I didn't like the mushroom soup/sour cream mixture. Another review suggested a pepper jack mexican syle cream soup, that would be much nicer. I also think tomatoes are needed in the beef mixture perhaps in place of half the beans. With those adjustments I may enjoy it much more. Worth a try.
Great recipe. We've been snowed in most of this winter and the nearest Taco Bell is 25 miles away. My kids went CRAZY. Absolutely a 5 star, easy, kid approved meal. Thanks!
Thank you for this recipe! I was looking for some inspiration for the ground beef I had other than an Italian dish. I could eat Italian any day, but not my DH.

I was going to wait to make it since I didn't have any refried beans but since Cinnamon1025 said her family loved it without the beans I tried it. Honestly I was surprised my husband liked it as much as he did. I gave him a large portion and when he finished I told him there was more. He did his usual, "I'd like more, but I don't need more" routine... but a few minutes later he was in the kitchen dishing himself up another helping. This was so easy to make! Except for not having beans, I made it like the recipe said. I plan on making it again soon, with the beans. The only changes that I would make is to add the hot sauce into the soup/sour cream mixture so the flavor blends better than the way I did it with globs of hot sauce here and there. I think I'll use an 8x8 pan next time instead of a 13x7 so it has more depth. DH calls this Mexican Quiche. Again, thanks for something else to do with ground beef that's actually quite tasty!
Excellent recipe - I used whole wheat tortillas and added taco sauce after it was baked to each individual. (DH and I like it very spicy, kids don't.) I was happy my kids liked it. They are not casserole fans but they actually asked for seconds!
I read the reviews and added many tips: 1.5 lbs of beef, can of tomatoes with peppers, charro beans instead of refried, 3 cups of Mexican cheese. Served with salsa and chips. Delish! Easy fast.
Absolutely delicious!! So very easy to throw together as well. I used a 13x9 pan and I felt that I had to spread the ingredients a little thin. Next time I will add some more meat, cheese and sour cream mixture. You could easily make this in a 8x8 pan. My boyfriend thinks that this is the best thing I have made so far, thanks for the amazing recipe!!!
I really didn't know what to think of this recipe, but I decided to try it the other night. It is AMAZING! So delicious and creamy. I brought the leftovers to work and my co-workers raved. Thanks for a great recipe that I will definitely make again. I did not have Cream of Mushroom soup, so I substituted Nacho Fiesta Soup. Awesome, it was so good, I may never end up making it with Cream of Mushroom soup!
Thumbs up! My very picky husband and son LOVED this dish. He asked me to make it on a weekly basis! Great job!
A yummy delicious casserole. I liked the layering of the ingredients. The meat layer was good and spicy and that combined well with the creamy layer and cheese. A quick and easy week-night meal for my family. We thank you.
Loved this! I don't like mushrooms, so I used Campbell's Cheddar Cheese soup instead, otherwise made exactly as written. It was very good, but next time I am going to try black beans and corn in the meat mixture, and taco sauce in place of hot sauce.
This is a keeper! Young and old loved it. Made as written except subbed in cream of chicken for cream of mushroom soup and used half flour, half corn tortillas. I used sharp cheddar cheese and it brought out the flavor. For the taco packet I used recipe #154235 homemade taco seasoning by deb&#039;s recipes for a mild non overpowering flavor. This was fast comfort food. Thanks for posting. This is as tasty as burritos but less work. Enjoy! ChefDLH
Very good!!
This was awesome.. tasted like a bean burrito from taco bell, but better! I mixed a can of diced green chili's in with the sour cream mixture. Will make this again!
I made this exactly as written. We liked this and will definitely make it again! It is a tad salty so I can only give it 4 stars. Next time I will try lower sodium items. Thanks for a keeper recipe!
This dish is spectacular! It's so easy and so delicious. Thanks so much for posting it (:
I made this with a few additions: I decided to put diced up stewed tomatoes in the bean mixture and I decided to use shredded chicken instead turkey. It was so tasty. I will use this recipe again for sure
I followed the recipe exactly and this dish came out AWESOME!It was a little hard to spread out the layers without some of it mixing but it still came out great. My husband and 1 year old son LOVED it also. It tastes the best with hot sauce on the side. Great dish. I wish make this again.
Thanks for the recipe! =)
I'm rating this without having ever tasted it, only because I made it for my husband and brother and they ate half of it for dinner and the other half for the lunch the next day! It was easy to make and they loved it!
Sorry to be a downer on this one, but we didn't care for it. It was too creamy, needed some other texture to it and the tortillas just got to mushy.
Tastes a bit like enchiladas i thought, but with a fun new twist. Super quick and easy to make. I loved it and even my uber-picky husband said it wasn't bad.
Nice recipe, simple and tasty. Made exactly as directed, except for optional hot sauce because of 3-year old.
Loved it! Had to have 3rds!

Would probably recommend you adding "follow the taco seasoning instructions", otherwise the meat is way to dry. You've got to add some water to that and simmer it for about 5 minutes.

I used more sour cream and would recommend using at least half a tub of it to be sufficient.

Baked for 22 mins in a gas stove and it turned out great
I made this and used Campbell's Fiesta Nacho Cheese Soup (rather than the cream of mushroom) and it was AWESOME. Being that this was my 1st attempt at this recipe, I had a hard time imagining how the mushroom soup would taste. We garnished ours with additonal sour cream, salsa, shredded lettuce, and fresh tomatoes. This one was requested to go into "the rotation". Thanks!
BETTER THAN TACO BELL. Fantastic, Easy, and Fast! Please read all the other variation suggestion from submitters. What a very forgiving recipe! You can make this as easy or as hard as you want, from scratch, or with store bought ingredients. We can't eat beans, so used a 16 oz can of Petite Diced Tomatoes to replace the refried beans and this recipe still tasted better than Taco Bell to us. Also followed other peoples suggestions and added a small can of Rotel, and a small can of chopped green chili peppers for our personal tastes. DH is still raving and has requested this be added to our "Fast Food Hit List". Thanks to Zaar, we are now such good cooks we rarely eat out because our own cooking tastes so much better. THANKS TO TXHOMEMAKER for THIS RECIPE. AND ALL YOU OTHER COOKS FOR YOUR GREAT RECIPES TOO!!
Tried this last night and the whole family raved about it! Even my darling hubby who hates sour cream had 2 servings and brought it for lunch today. I even forgot to add salsa to it and it was still great!
SO GOOD!!! I made this last week and it is super easy and has fantastic flavor. And I love that I usually have most of the items on hand. VERY TASTY! Make it tonight!!
This was a hit at my house! everyone loved it and its cheap to make (which is a major bonus in my one income family!) Thanks for the recipe!! :)
Very Very good! My husband and I tried this one tonight. We substituted Campbells Pepper Jack soup for the mushroom (I hate mushrooms) and added in a single layer of drained diced stewed tomatoes. It was very tasty. A definate addition to my personal recipe book!
Excellent excellent recipe! So much cheaper to make this and I believe it would be healthier than Taco Bell. The first time I made it, everyone in the family thought I had used the Five Layer Burritos from Taco Bell! This recipe is super easy and a great way to use ground beef instead of just tacos, hamburgers, etc. Thank you! This is a weekly dish for our family, I do try to lower the fat content as much as possible by using light sour cream, low sodium cream of chicken, and low fat cheese. Excellent!
We have made something similar to this for generations in our family. With a few substitutions and omissions it is always a favorite. What is not to love when you have Tex-Mex Gringo flavors and ooey gooey beans and cheese?
So delicious. I made it healthier by removing soup entirely and replacing with Greek yogurt. Used 4 torn up tortillas. Added rotel tomatoes and black olives into the bean and beef mix. Low fat cheddar. Omg yum and satisfying !
Good recipe, but too much creamy for me. Maybe would be better with just sour cream or avocado rather then the mushroom soup.
We enjoyed this recipe. I will definitly make it again. It was super easy & very tasty!
Delish! It was the cream of mushroom soup and sour cream mix that did it for me! I did make some changes... Added a can of green chili, can of diced tomatoes, topped with black olives and finished it with some fresh lettuce and tomato. Will make again! Oh and I had to add some sriracha to mine because I like spice!
This was very easy to prepare. The kids really loved it. I used ground turkey breast and cheddar cheese. The refried beans made it a very thick and filling meal. I will use a little less refried beans the next time. Other than that it was very good.
Made this last night and we really enjoyed it. It was quick and easy, and used ingredients I usually have on hand. And that's something I can always use. Thanks for posting.
Delicious!!! So easy and tasty....my entire family loved it....will make again and again...
One more five star review to add to the mix! This was wonderful, I was really surprised because the ingredients are nothing out of the ordinary, I had them all on hand.
I used a 9x13 pan, sharp cheddar cheese, and a can of undrained rotel tomatoes, also a few good shakes of Frank's Hot sauce. Turned out tasting just like a burrito. This recipe is a keeper, it's the bomb!
This was great! It is a lot like the way I make nachos. The cream of mushroom soup mixed with the sour cream definitely added a kick to it. My hubby actually asked me if we could have it for leftovers the next day. He wanted leftovers of it again today, but it was all gone. He NEVER wants leftovers. Great recipe!!!! Thank you!!
This was good! I made my own taco seasoning. I served it with corn and a salad.
This is a great casserole. My fam loved it. Will make again. Thank you for posting!!!!!!!*****
Good recipe and easy to make. Next time I'm going to add some corn and maybe green pepper to cover a veggie serving as well.
This was pretty good but I'm not sure if I'll try it again. If I do, I'll cut out the taco seasoning & use more rotel. I also used, cream of chicken instead of mushroom.
This turned out wonderful! Even the kids loved it, which says a lot due to the onions. The only thing i changed was i added a can of chilies/tomatoes you can from Aldi's. i served it with lettuce and extra sour cream! TY for sharing it was a nice change!
This my third time making this and my family loves it. I use a pound and a half of meat since i use a fairly big casserole dish and i usually add black bean, rice, and rotel to the meat too. To me it makes it more burritoey( I just made that up).
We are in the middle of an ice/snow storm and we were out of electricity. I had a pound of ground beef pulled so decided on this. I followed the recipe exactly as written other then I used a white onion as that is what I had. I also used Recipe #154235 for the taco seasoning packet as I didn't have any and I wasn't running out for any. I also made this on the grill since I didn't have electricity and it came out really well. My kids don't like sour cream but I thought it was hidden enough being mixed with the soup but they still noticed. The recipe doesn't say what size pan to use so I used an 11 x 13 pan. Next time I would use a smaller pan as it didn't fill out the bigger pan. Hubby and I enjoyed this for dinner tonight.
Loved it! We did add the can of Rotel as others suggested and cream of chix because that's all we had. Awesome, and *everyone* had seconds.
My husband is still raving about this recipe and I made it a few days ago :D. The only change I made was to use TACO BELL TACO SAUCE (recipe submitted by justaQT) which I used 1/2 cup in each layer (and I omitted the hot sauce). It was pretty saucy and really yummy.
A real winner! I made it exactly as written and my two teenage boys and husband DEVOURED it ! No leftovers here!!! Next time I will spray the casserole with cooking spray, as it will help with serving as well as clean-up. Thanks for posting!
